Bréfritari: Þórarinn Stefánsson
Dagsetning: A-1932-03-31
Skrifað á: Vesturheimi

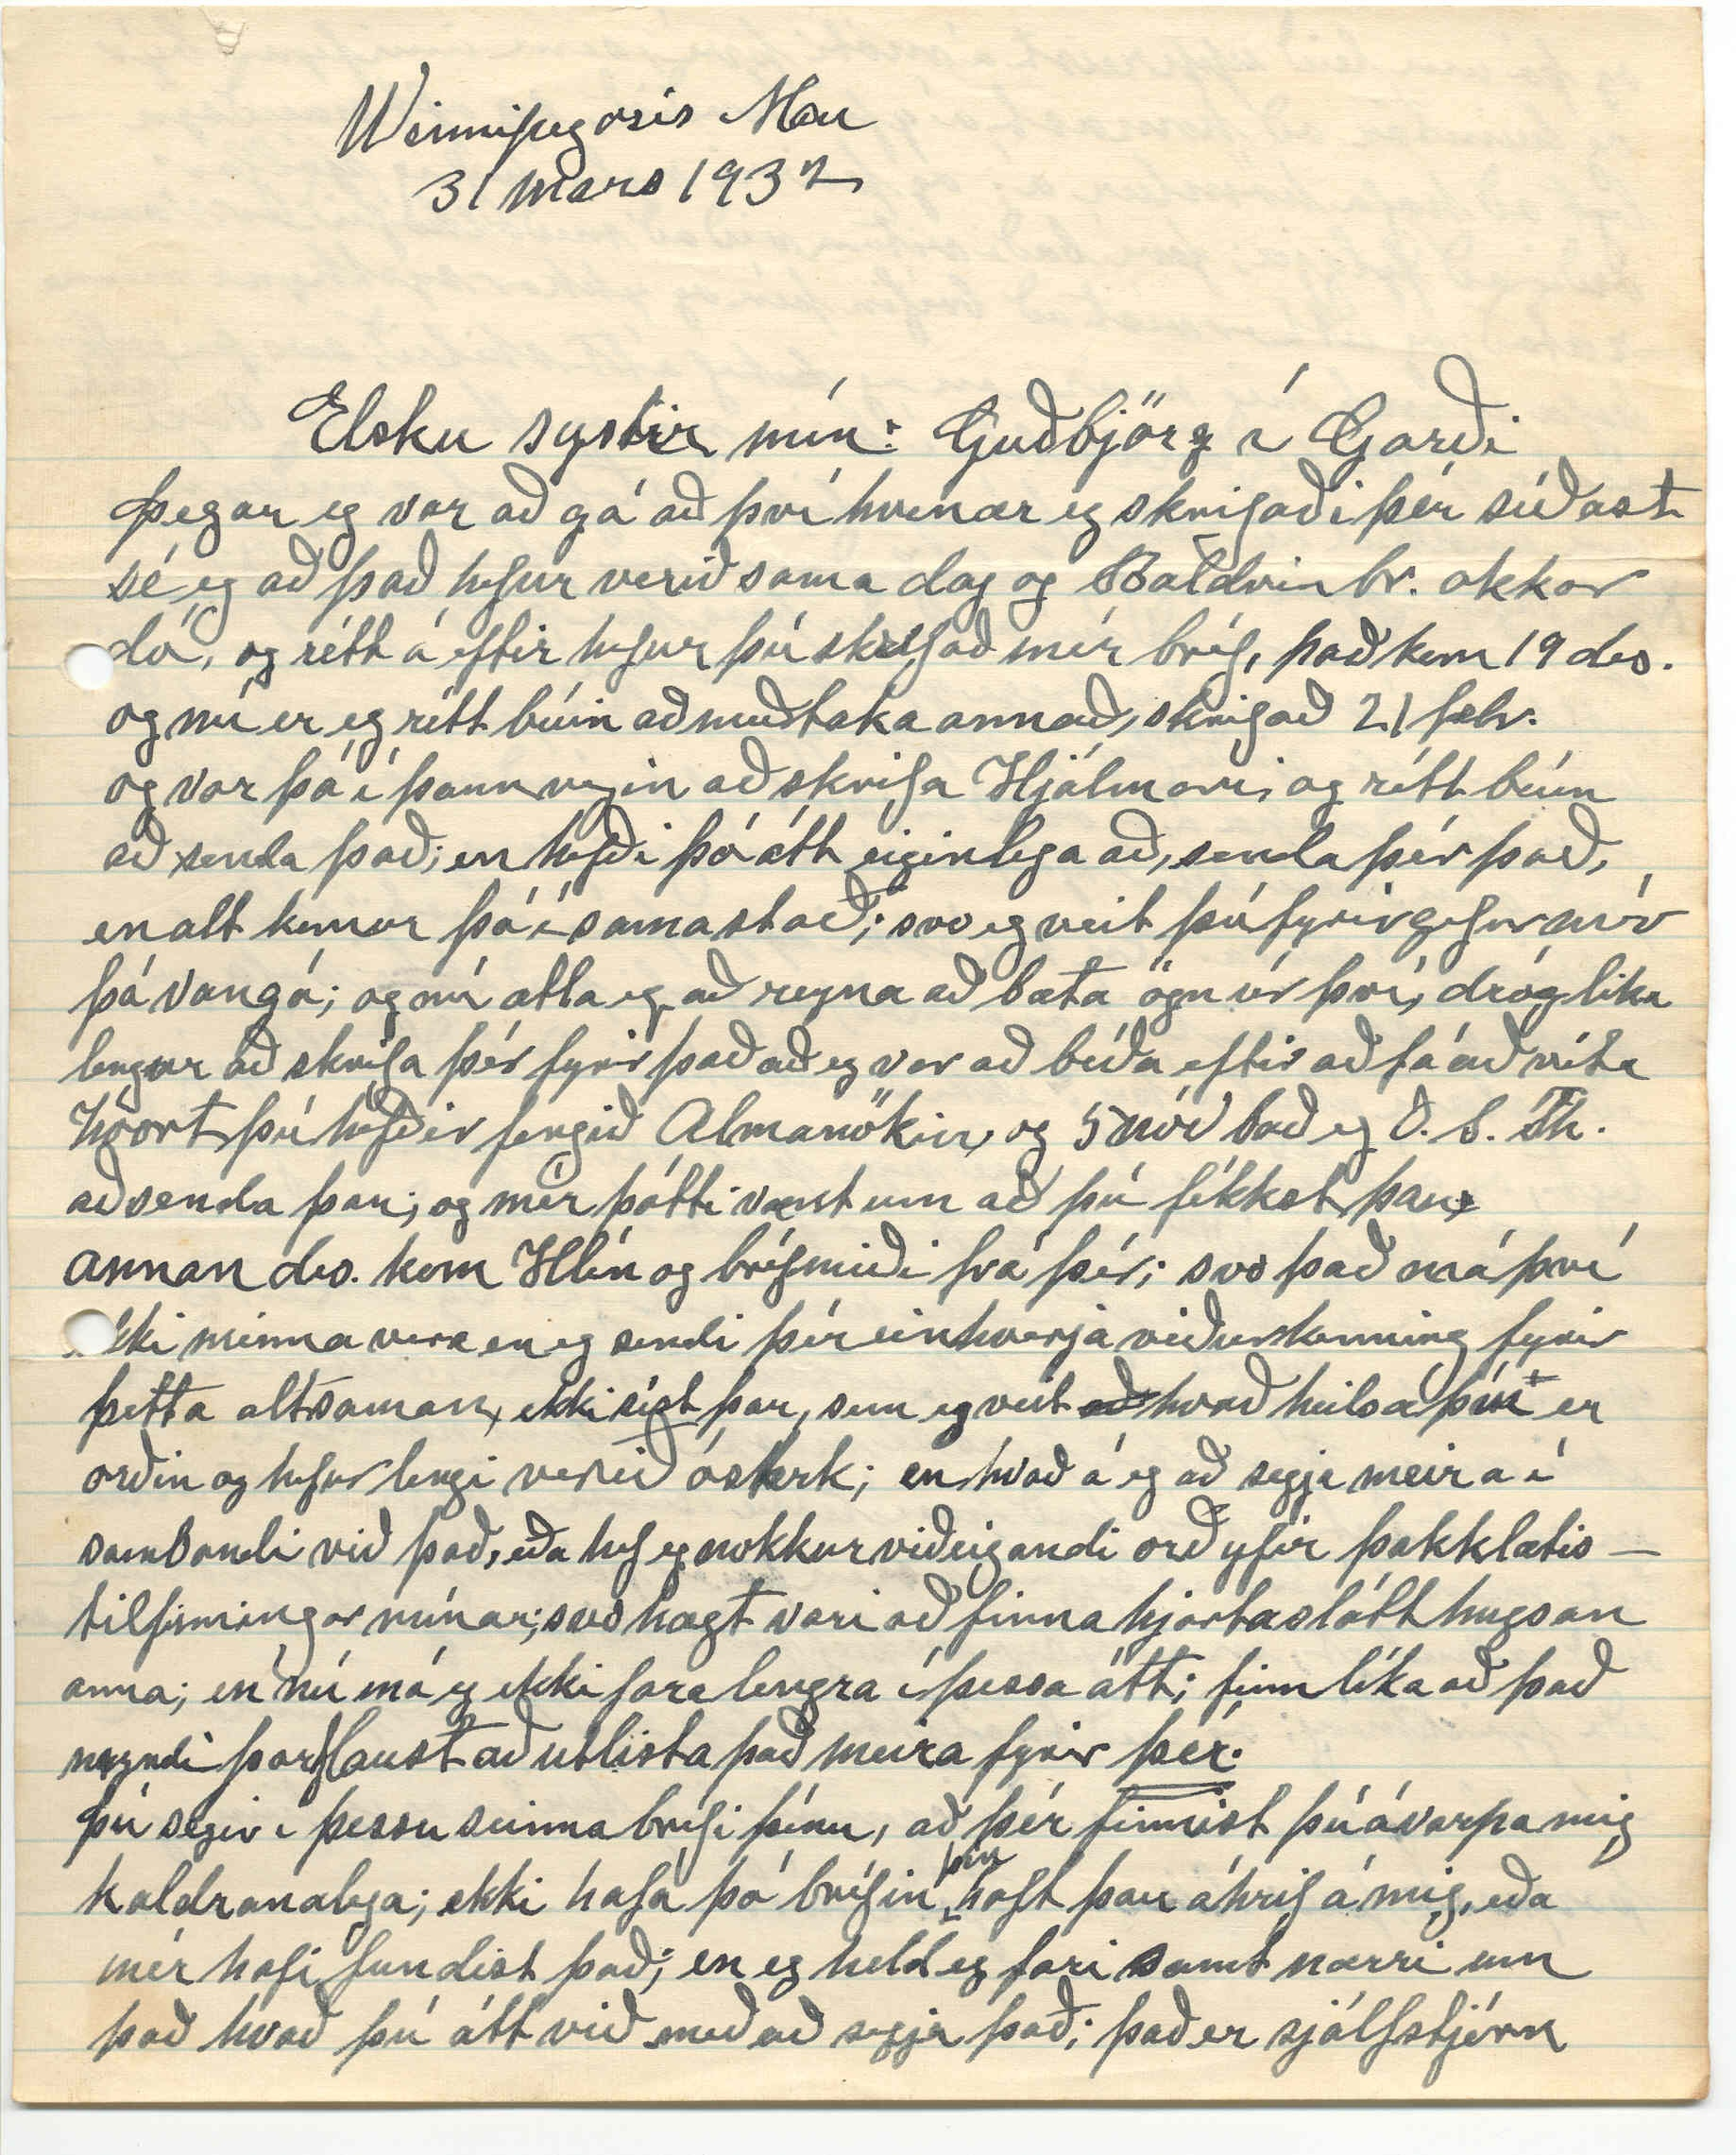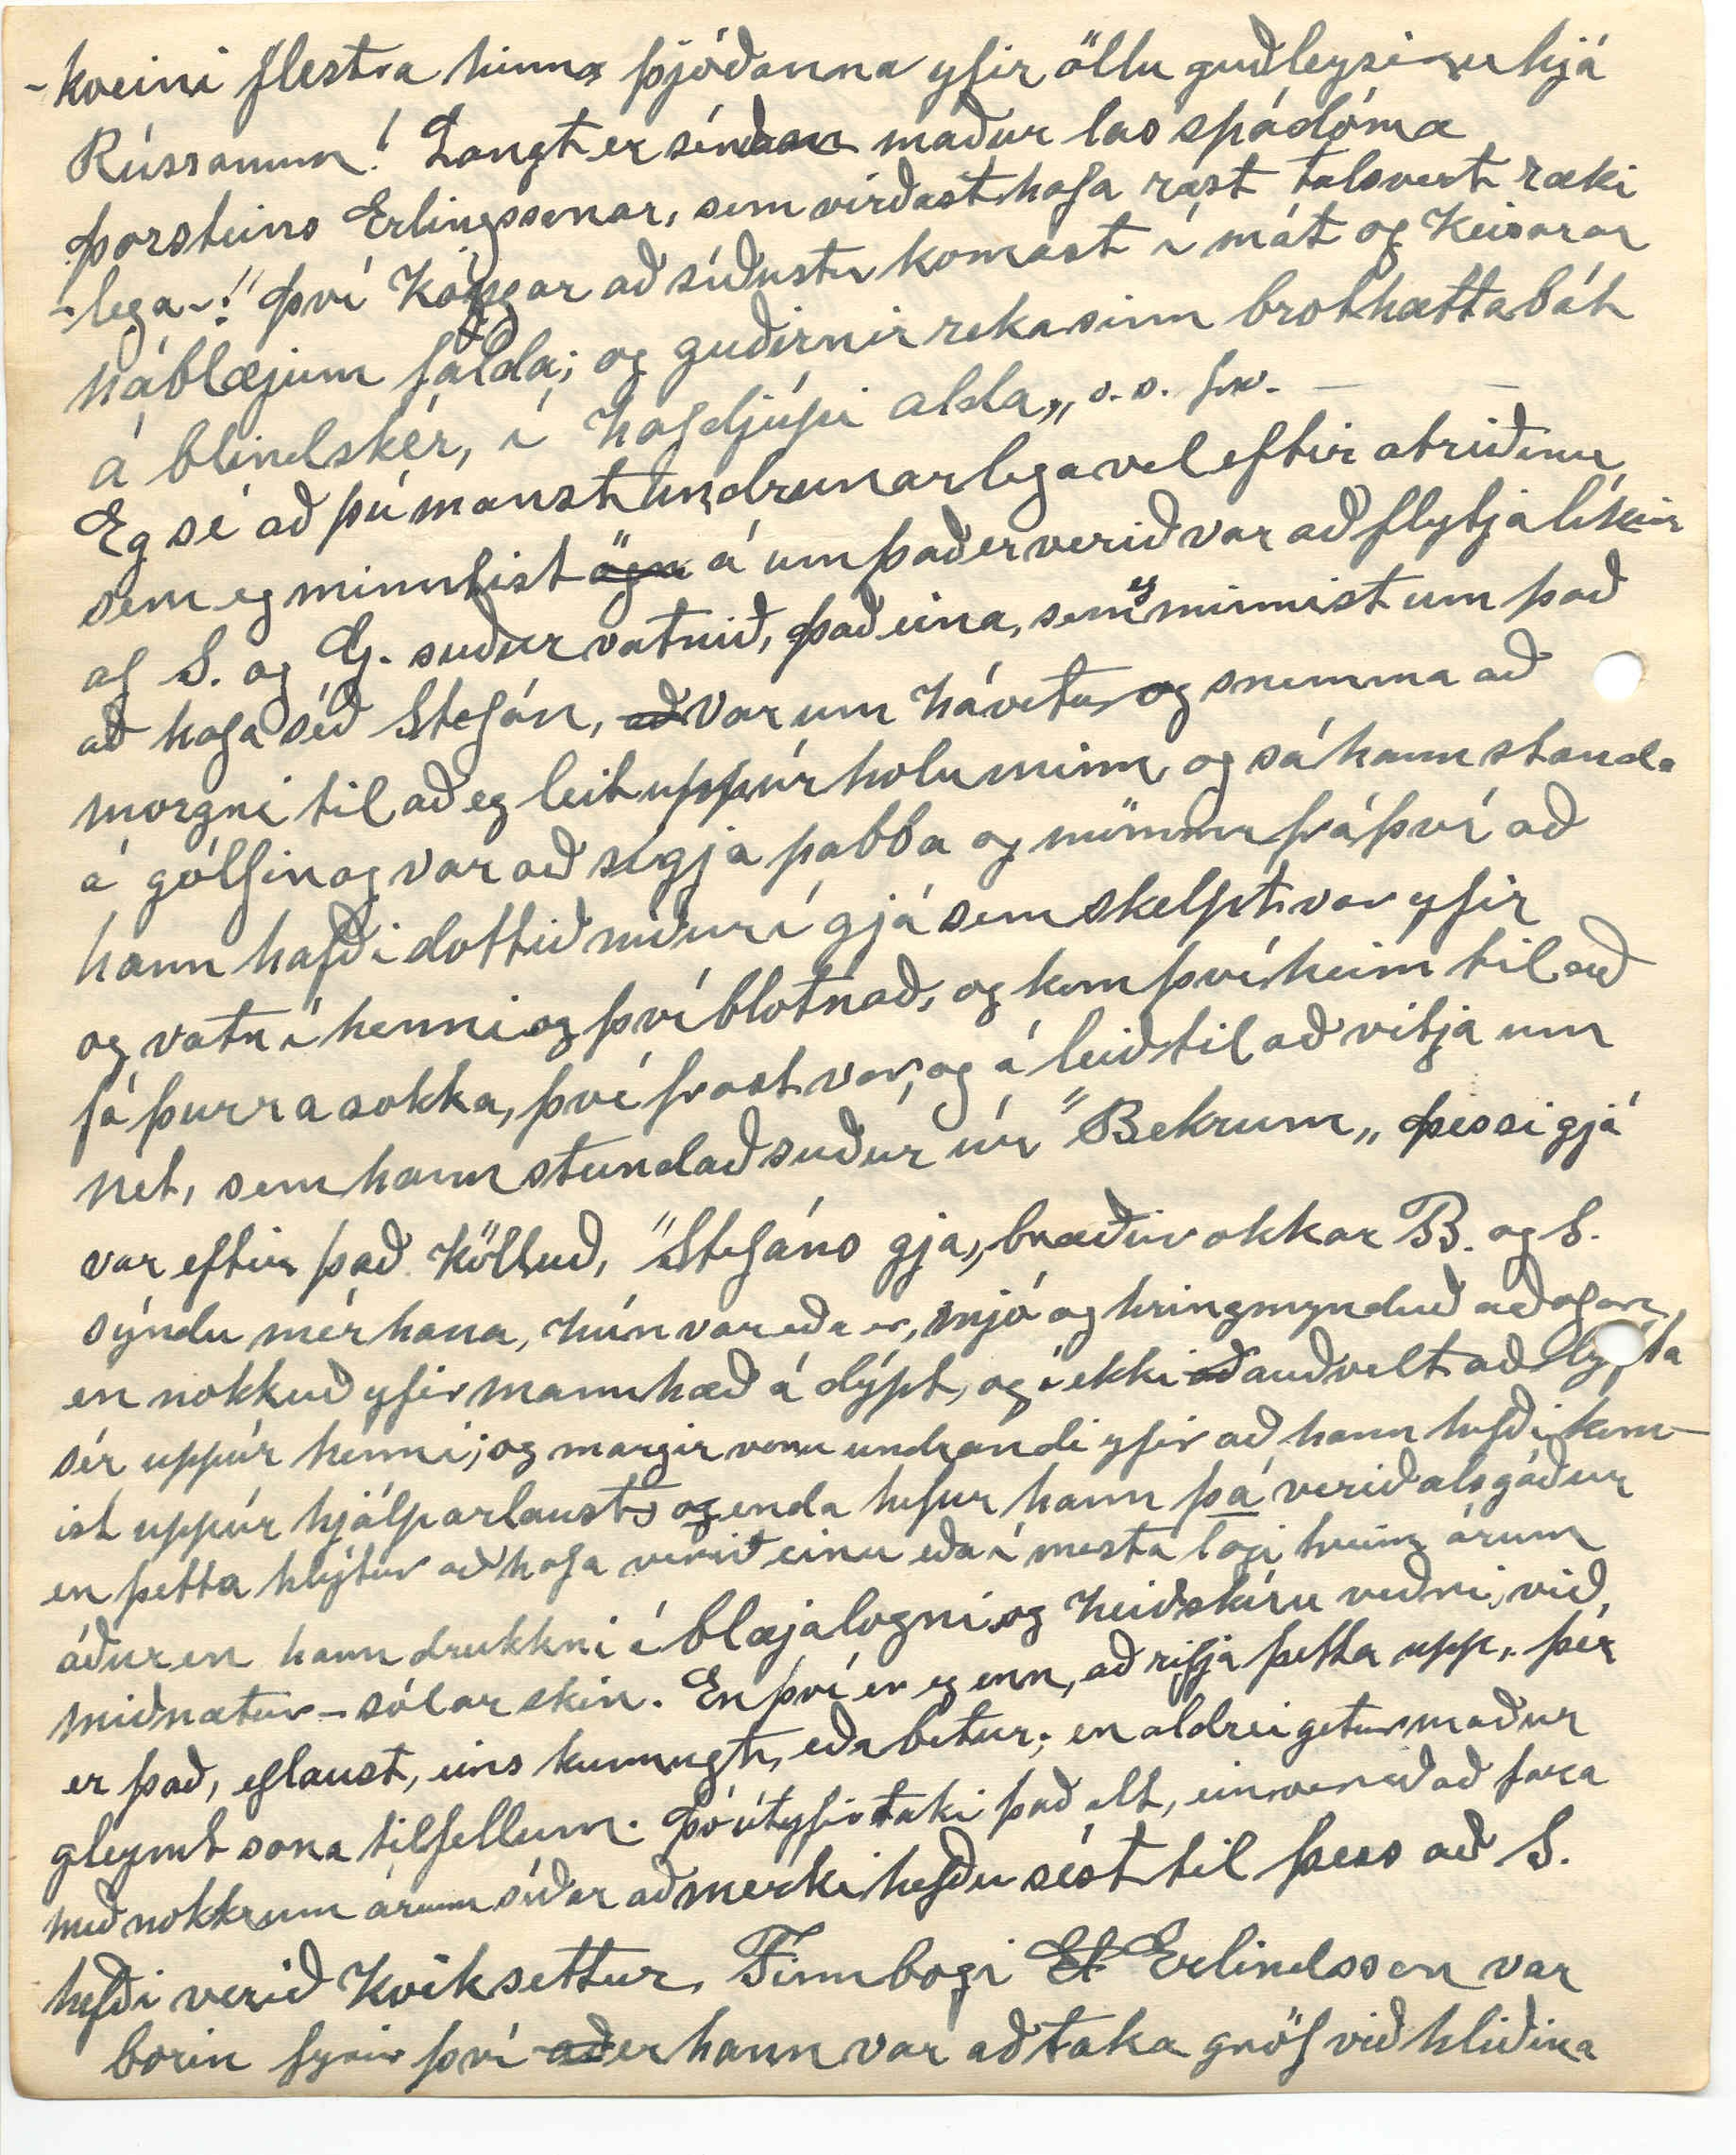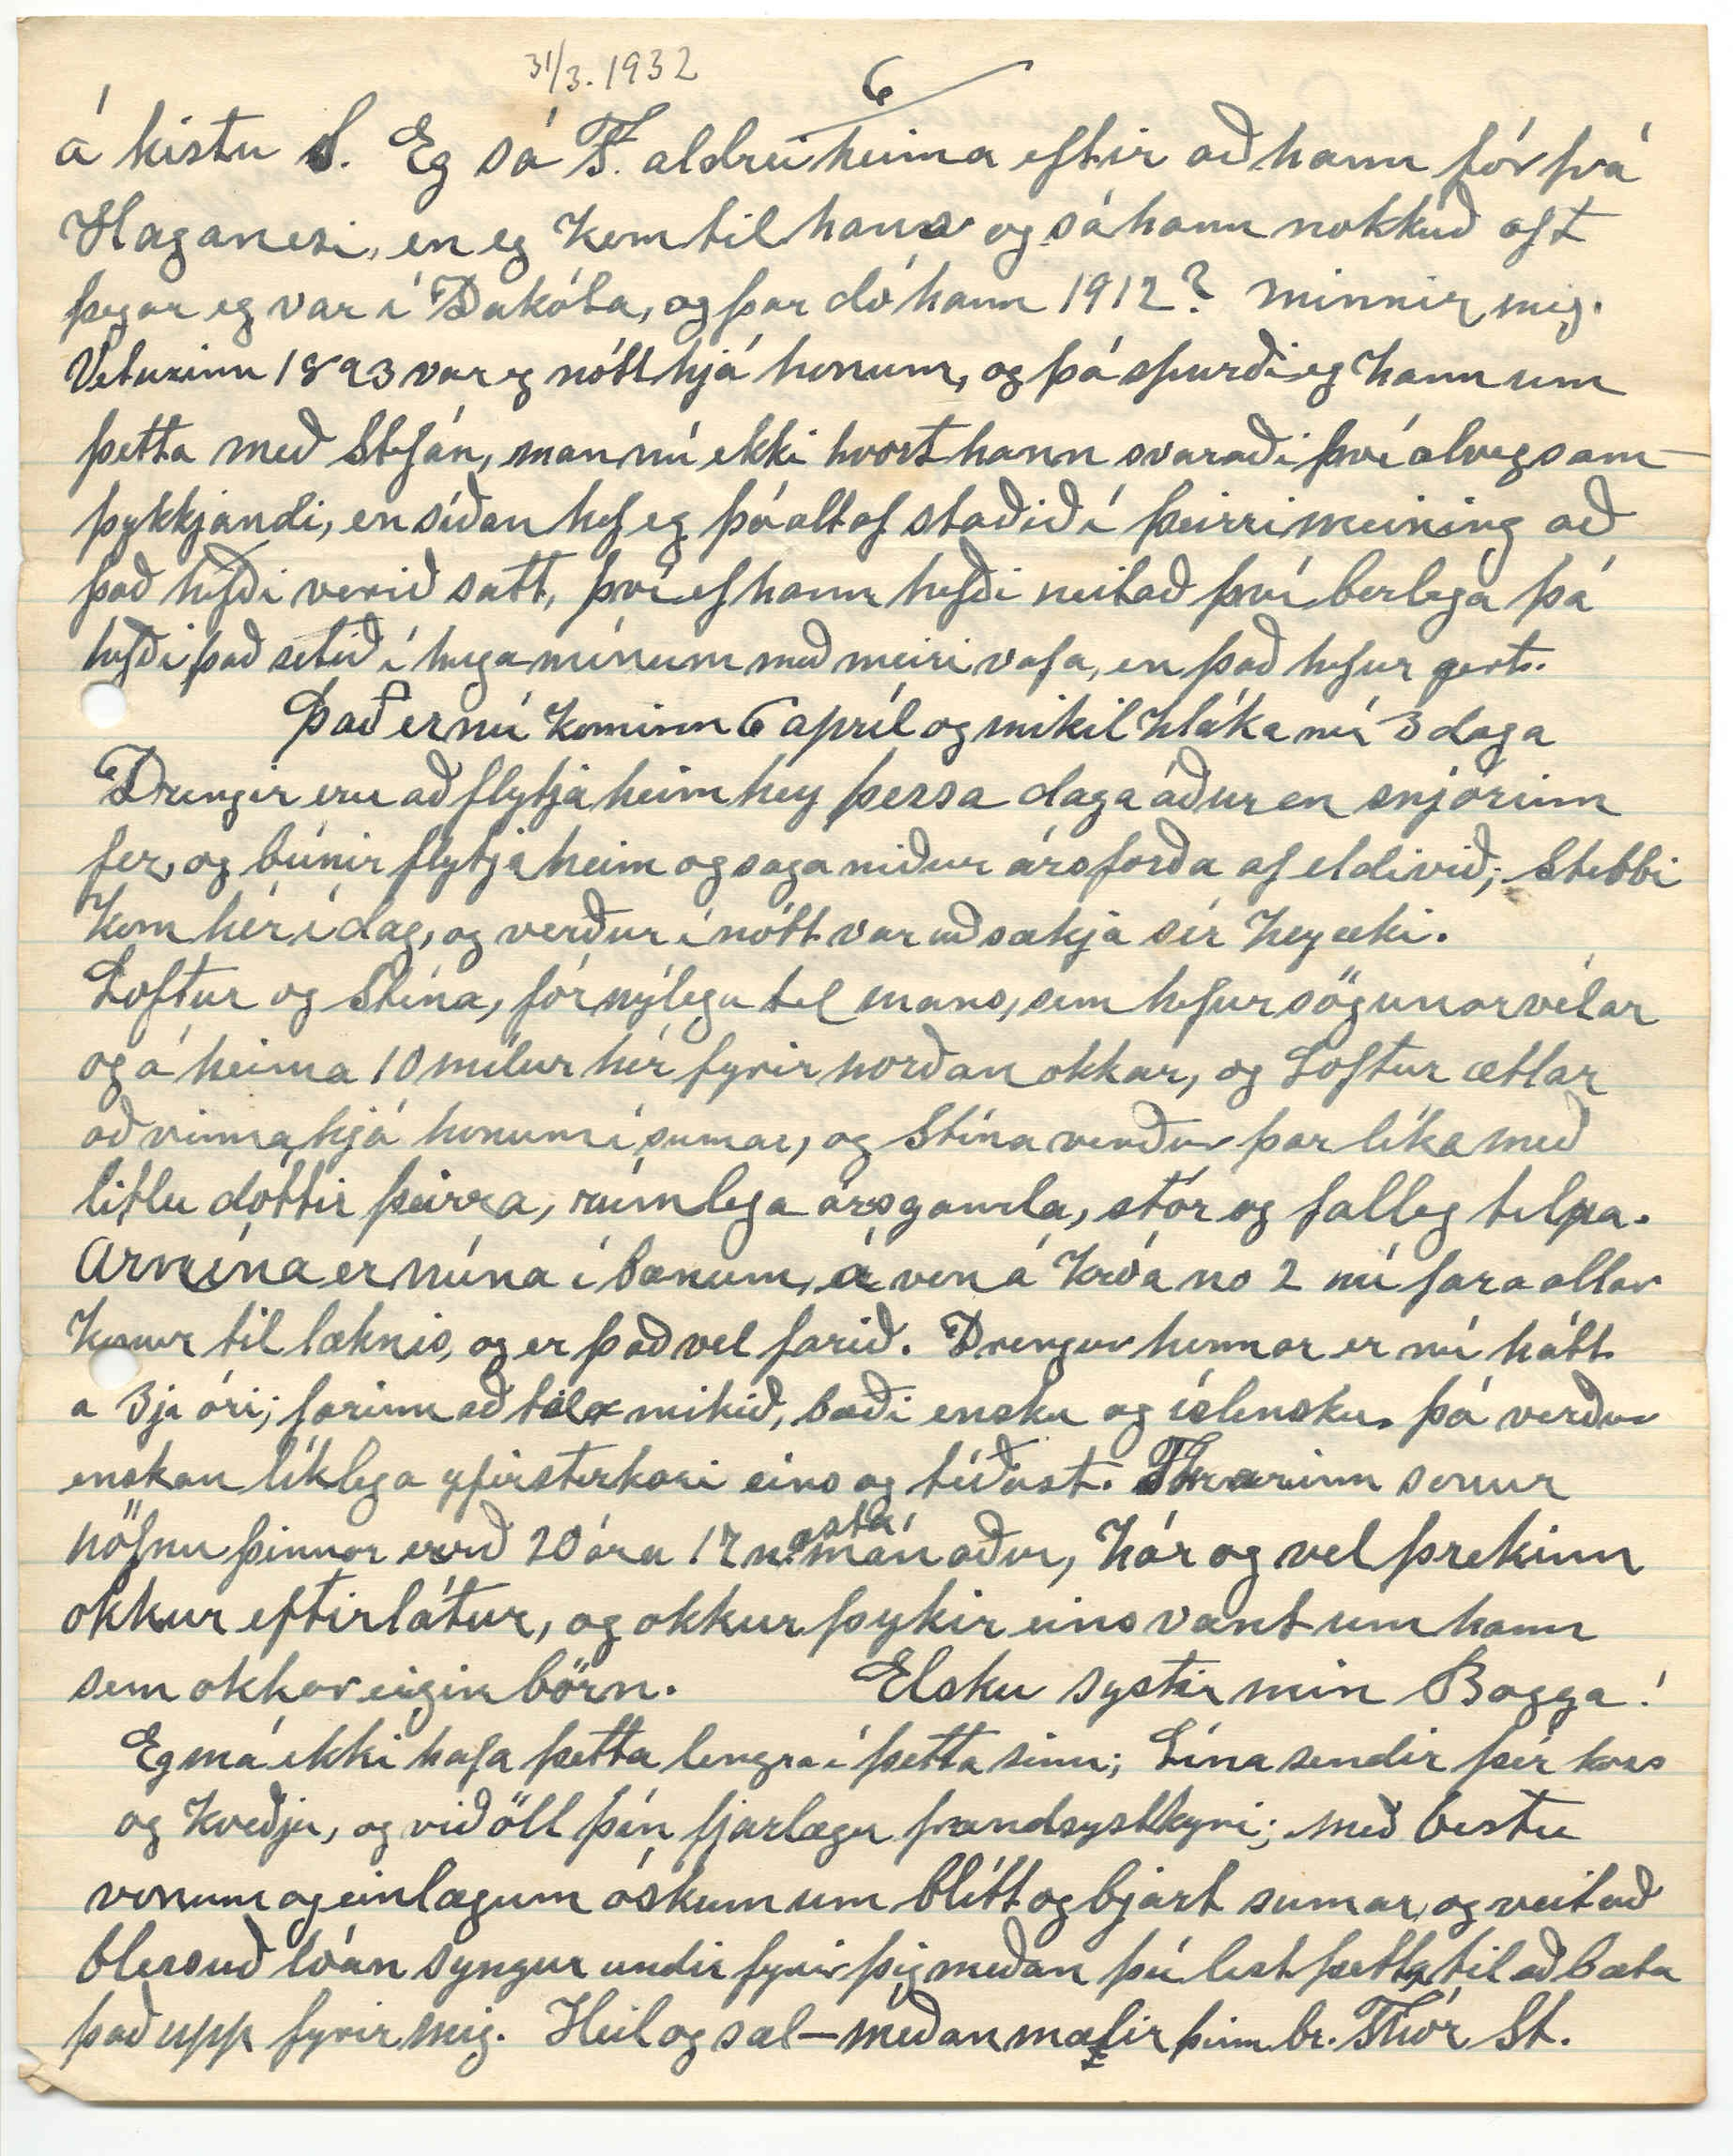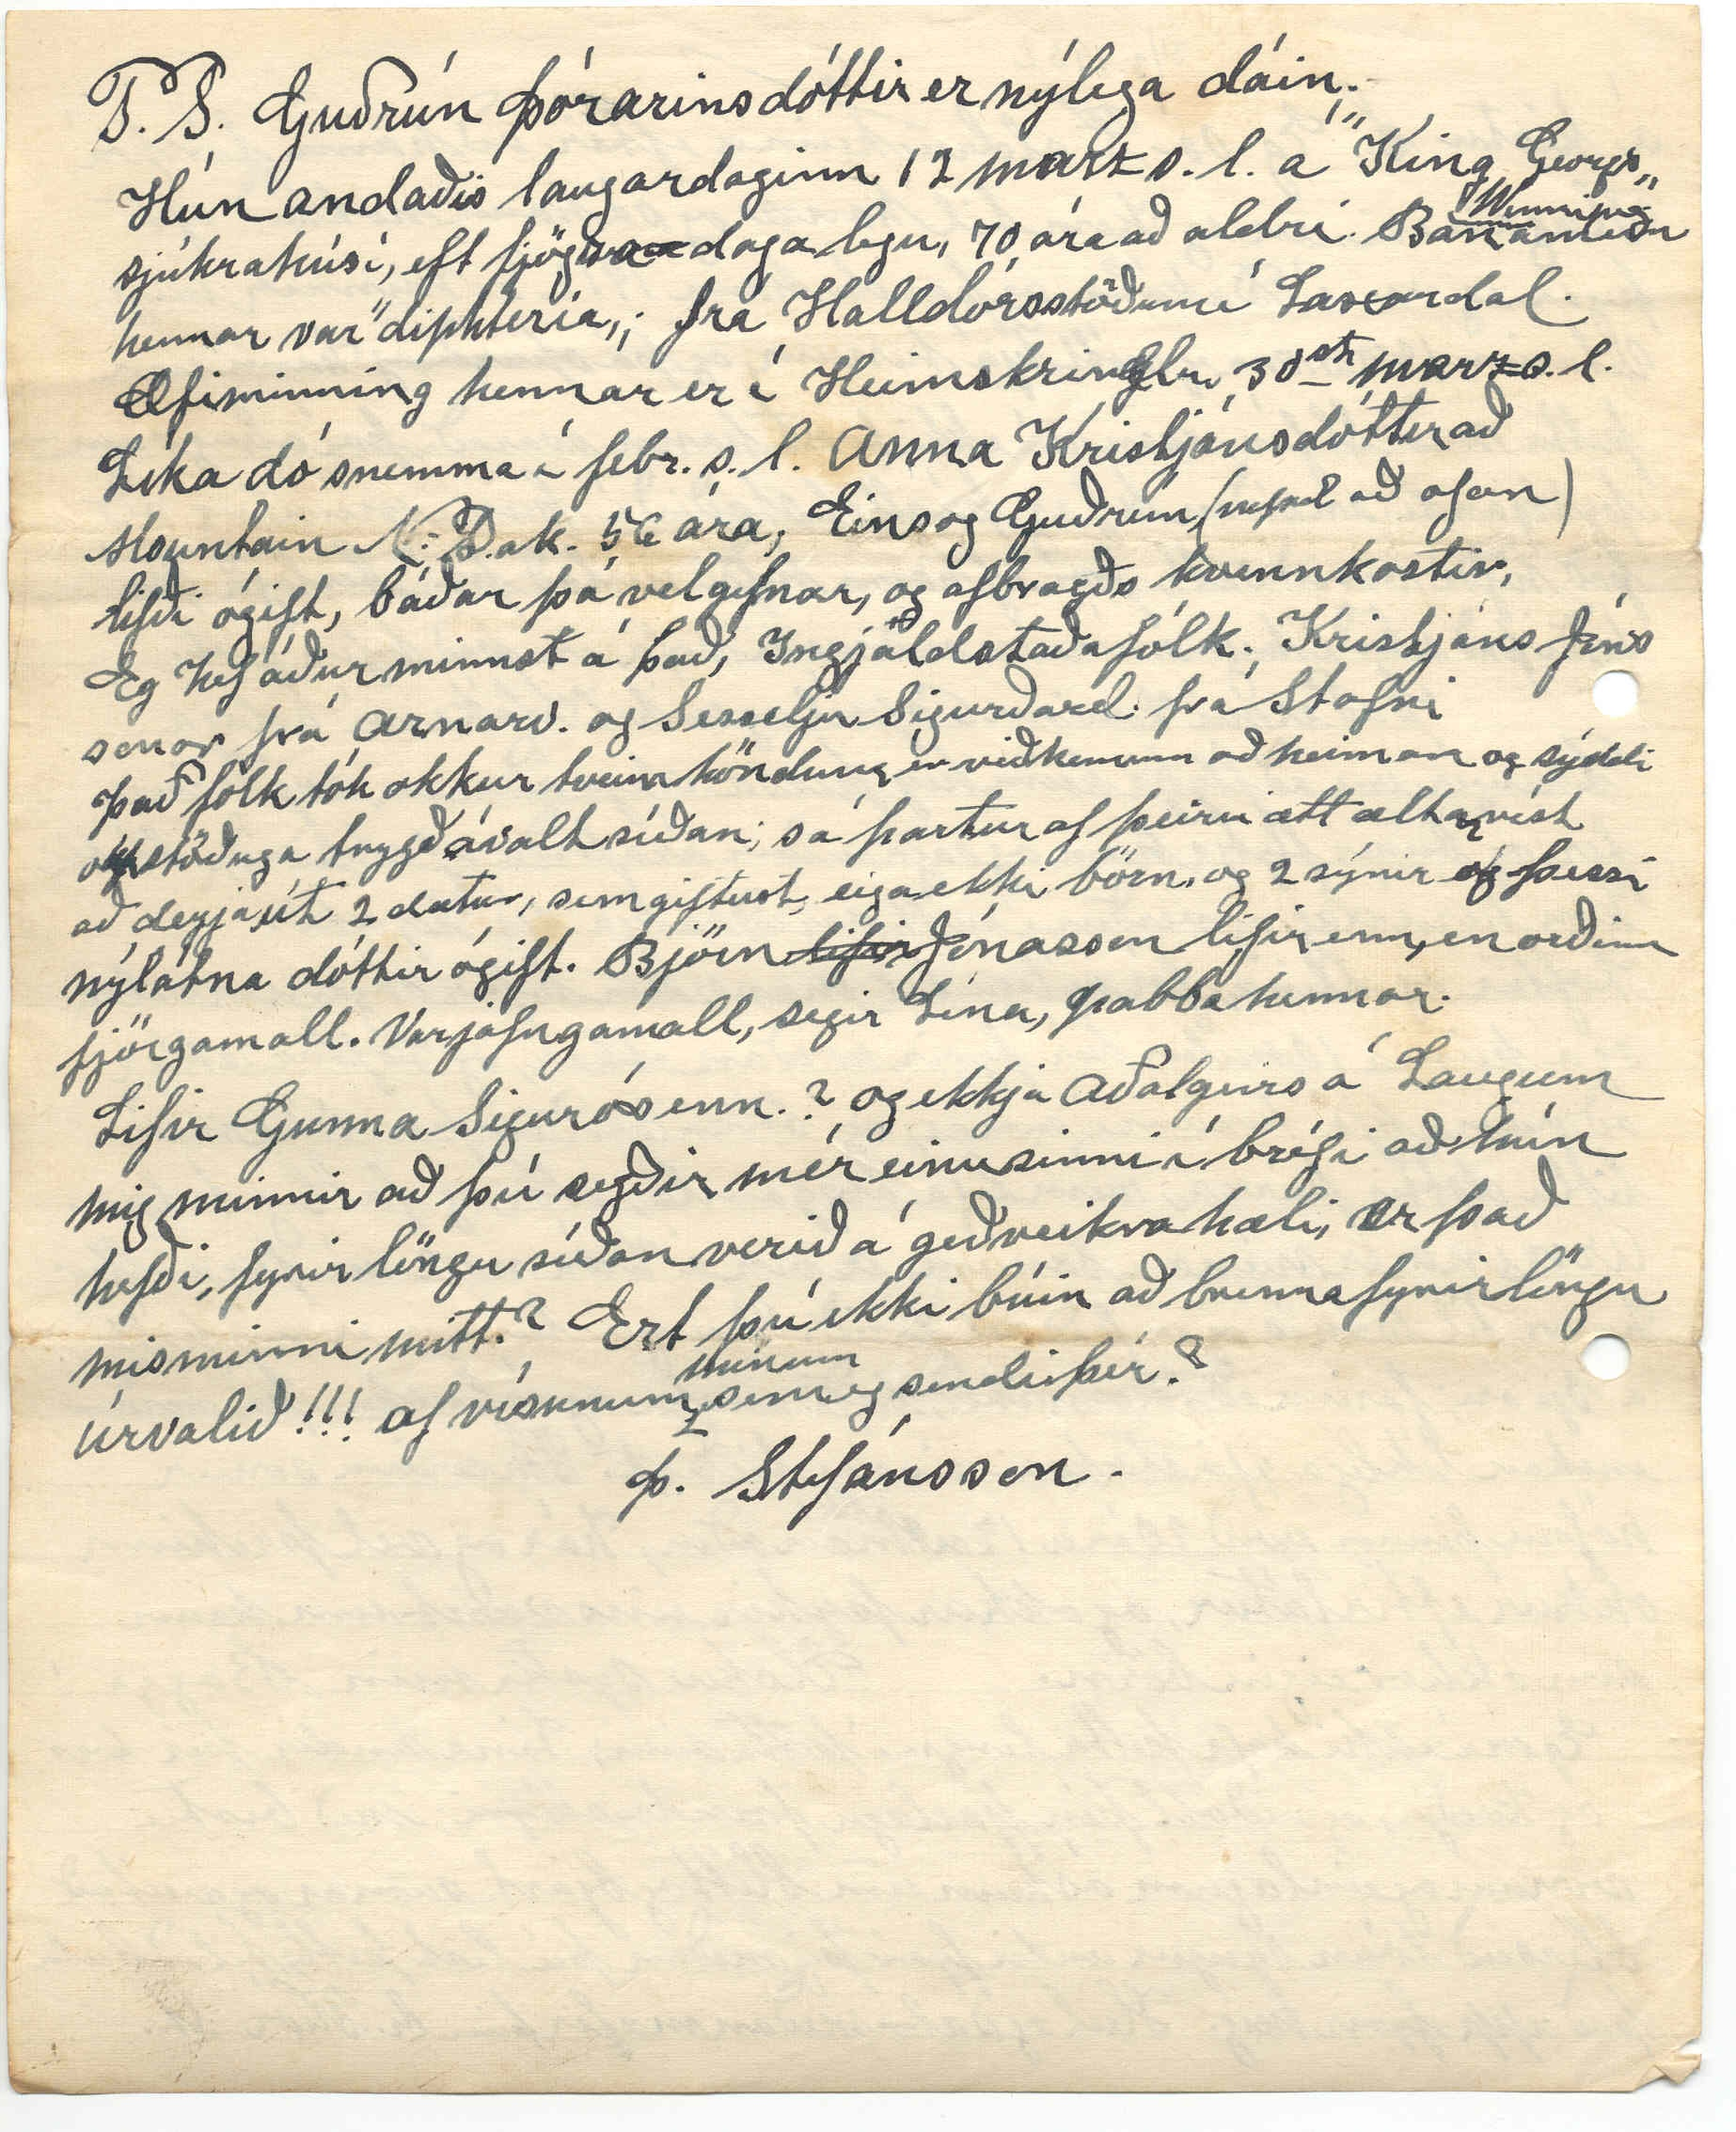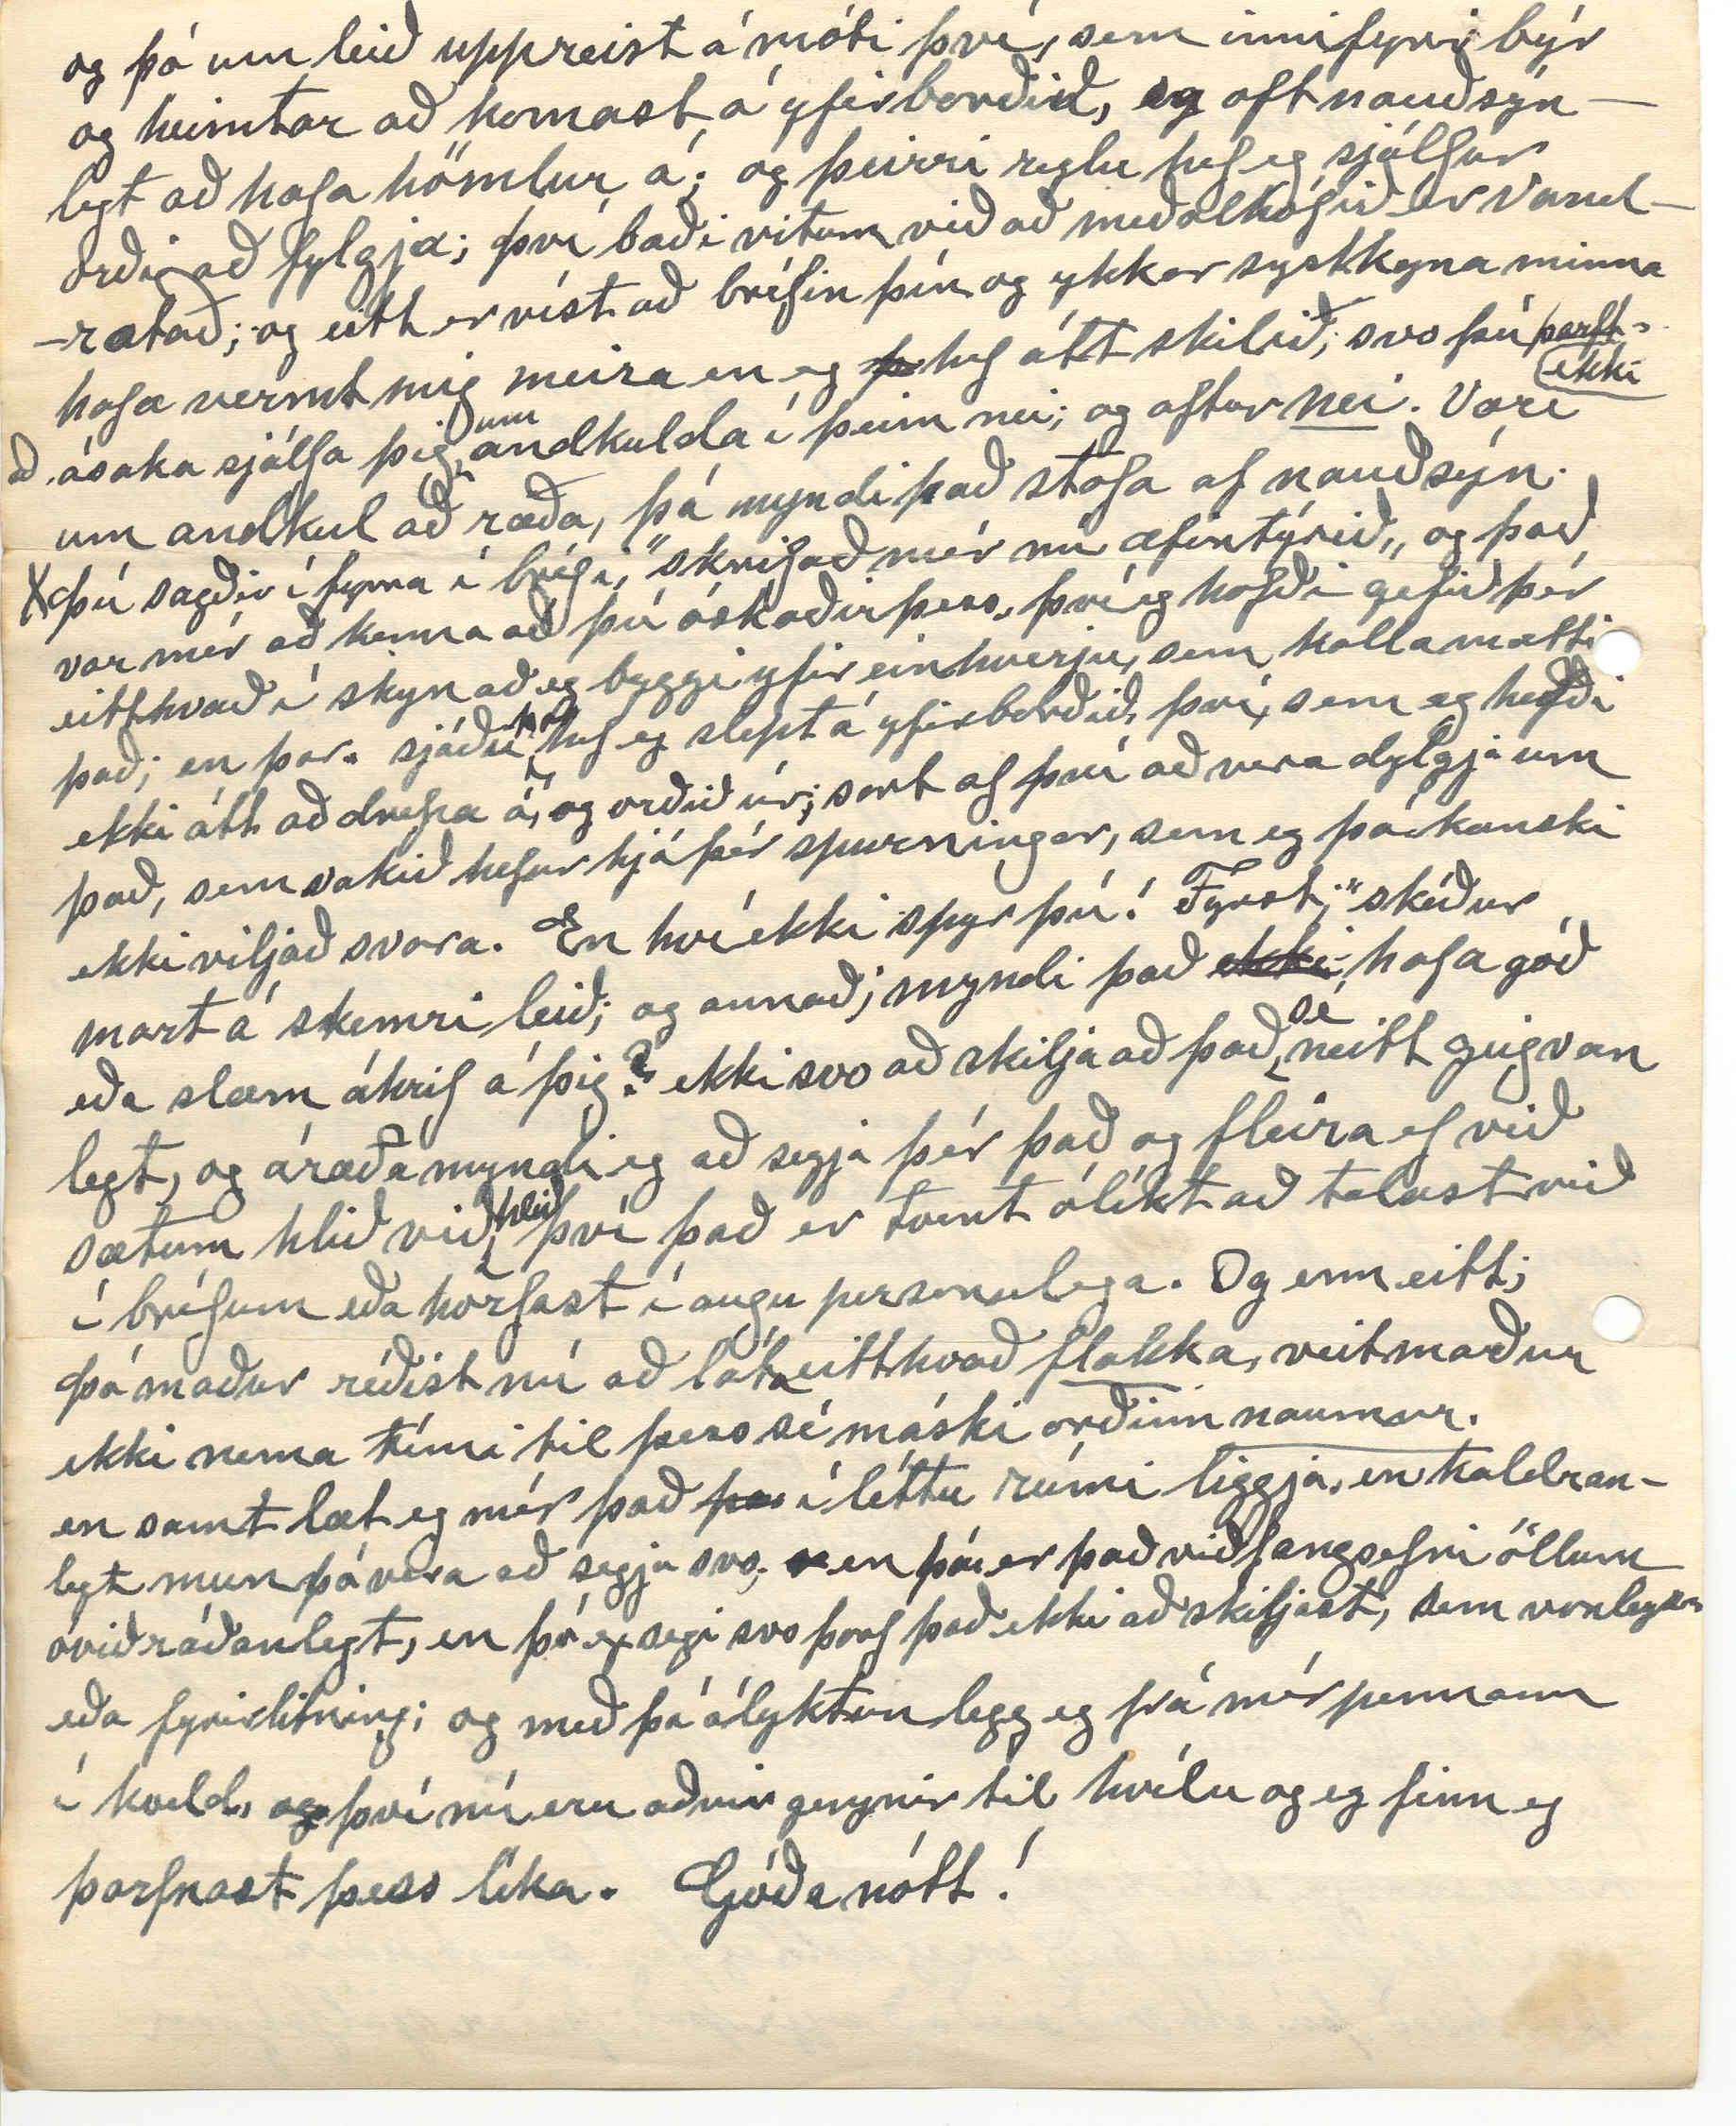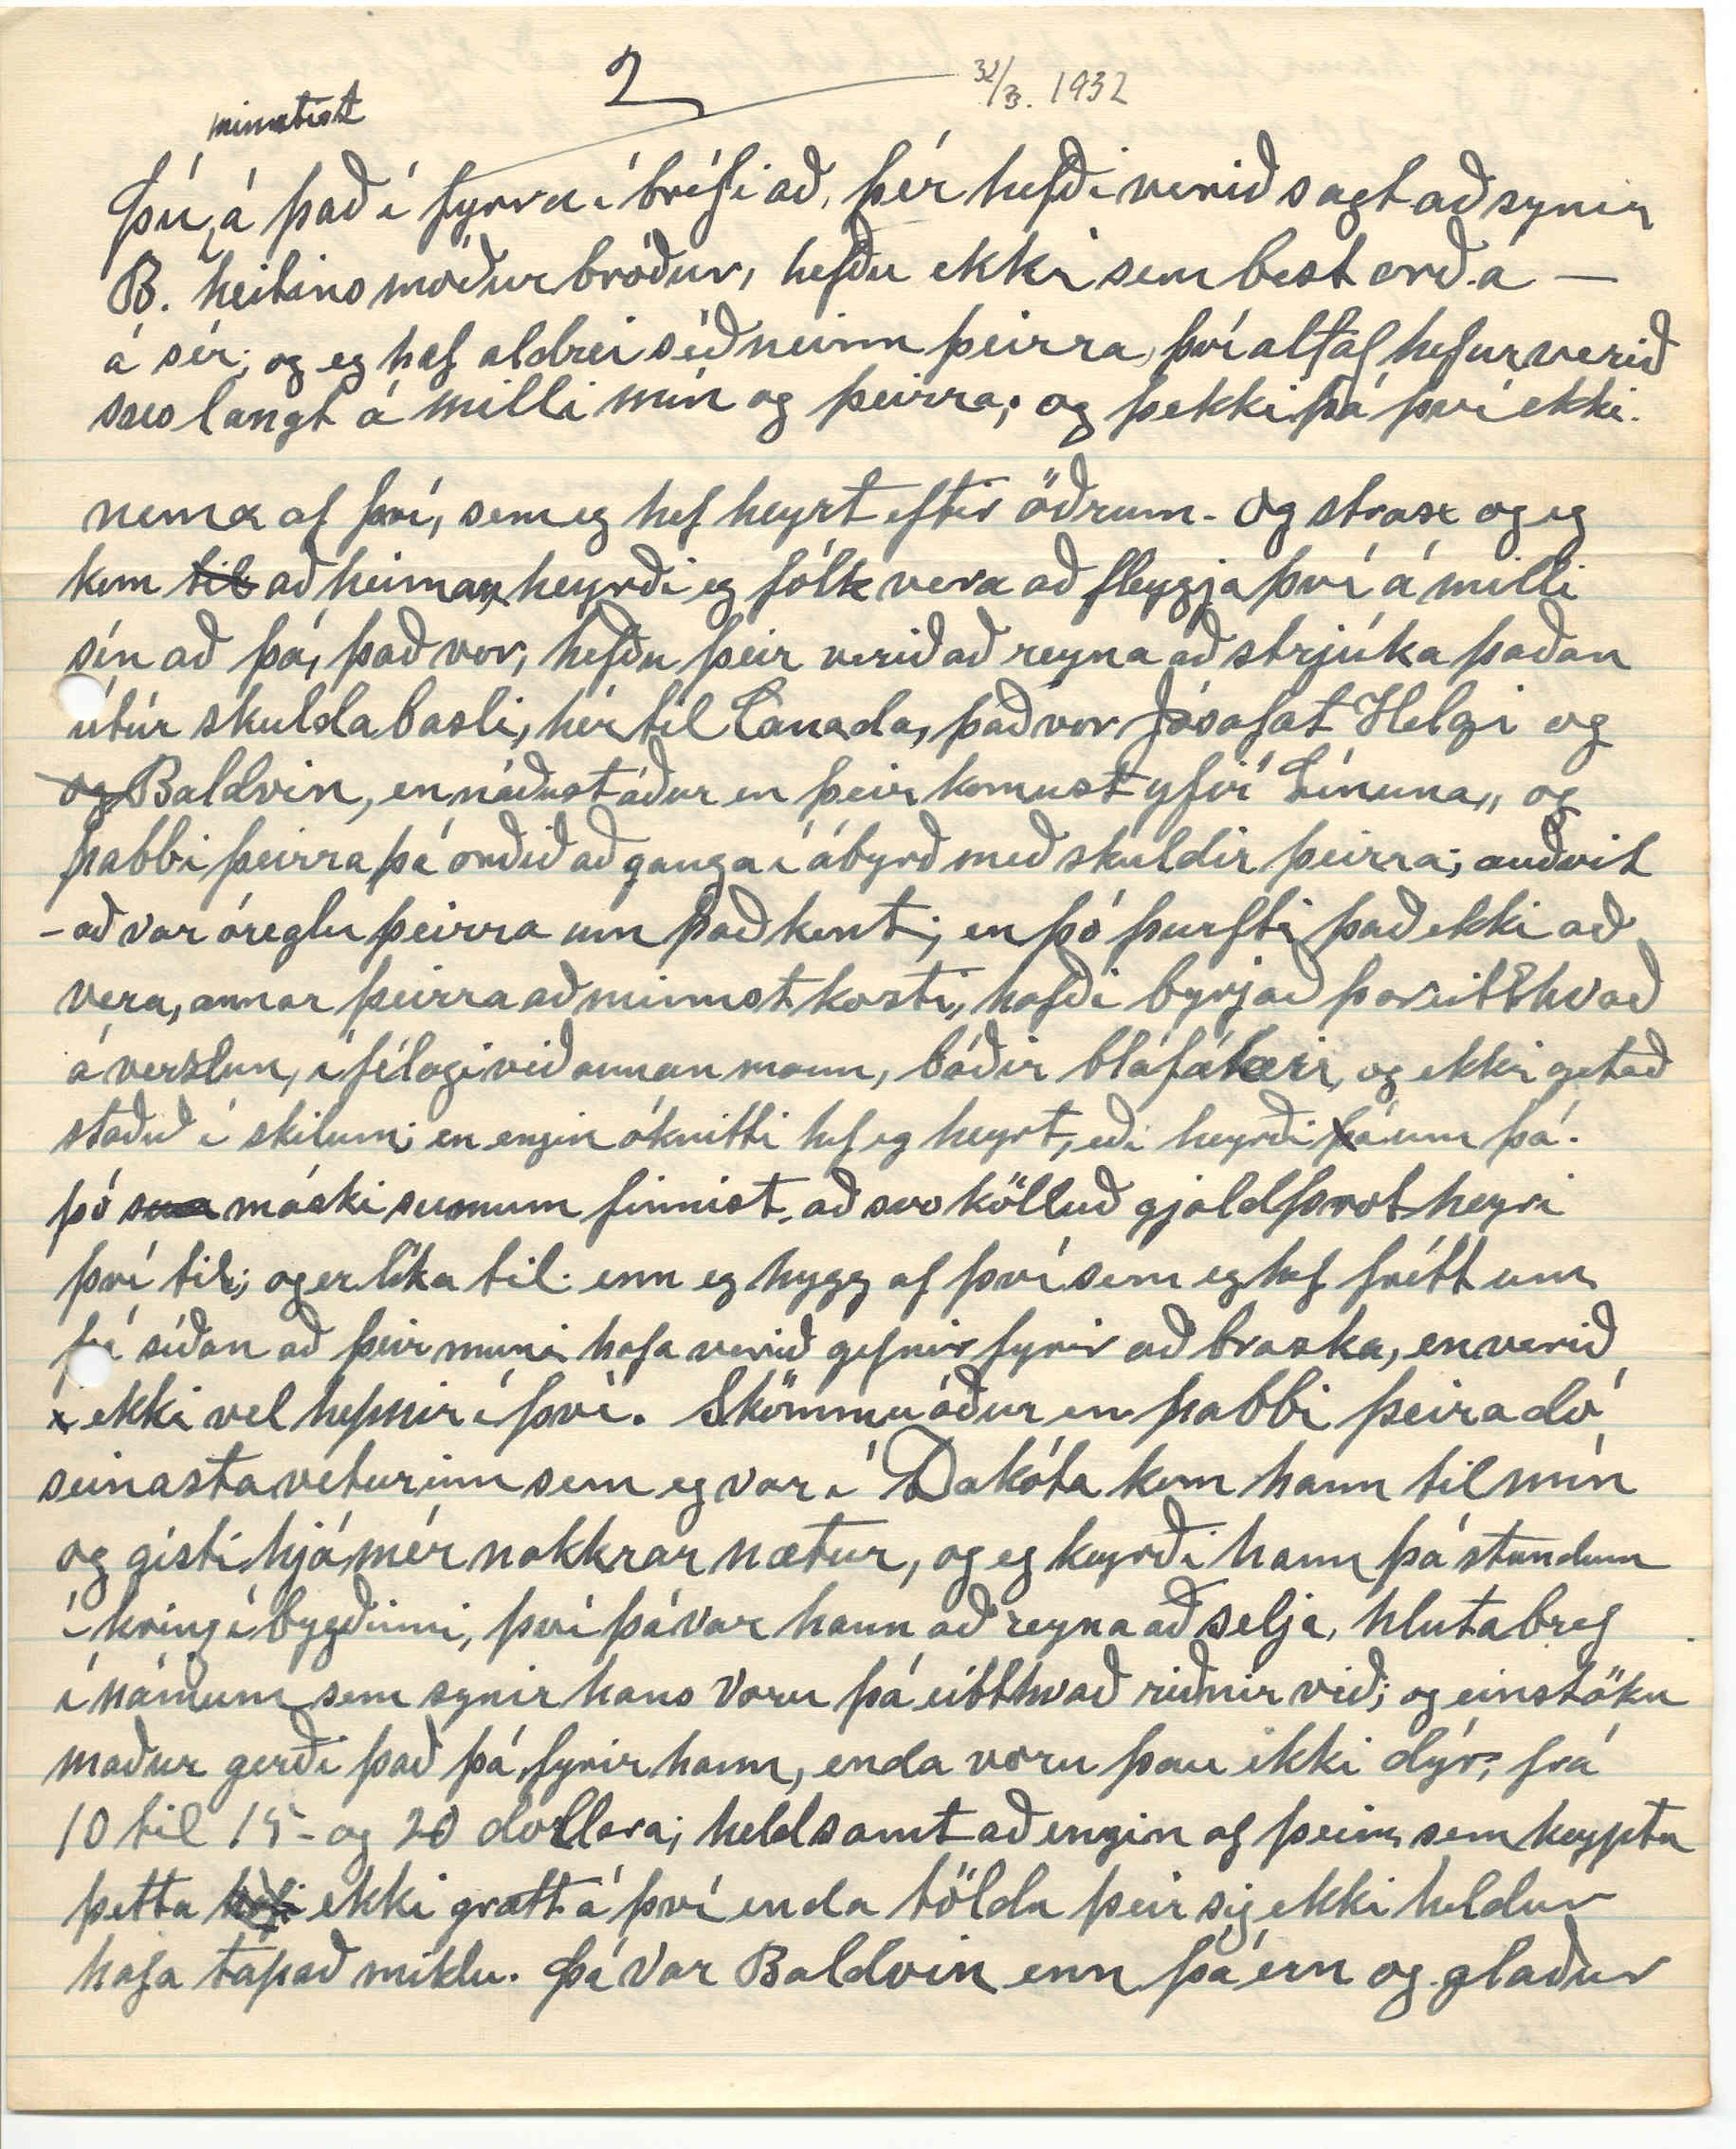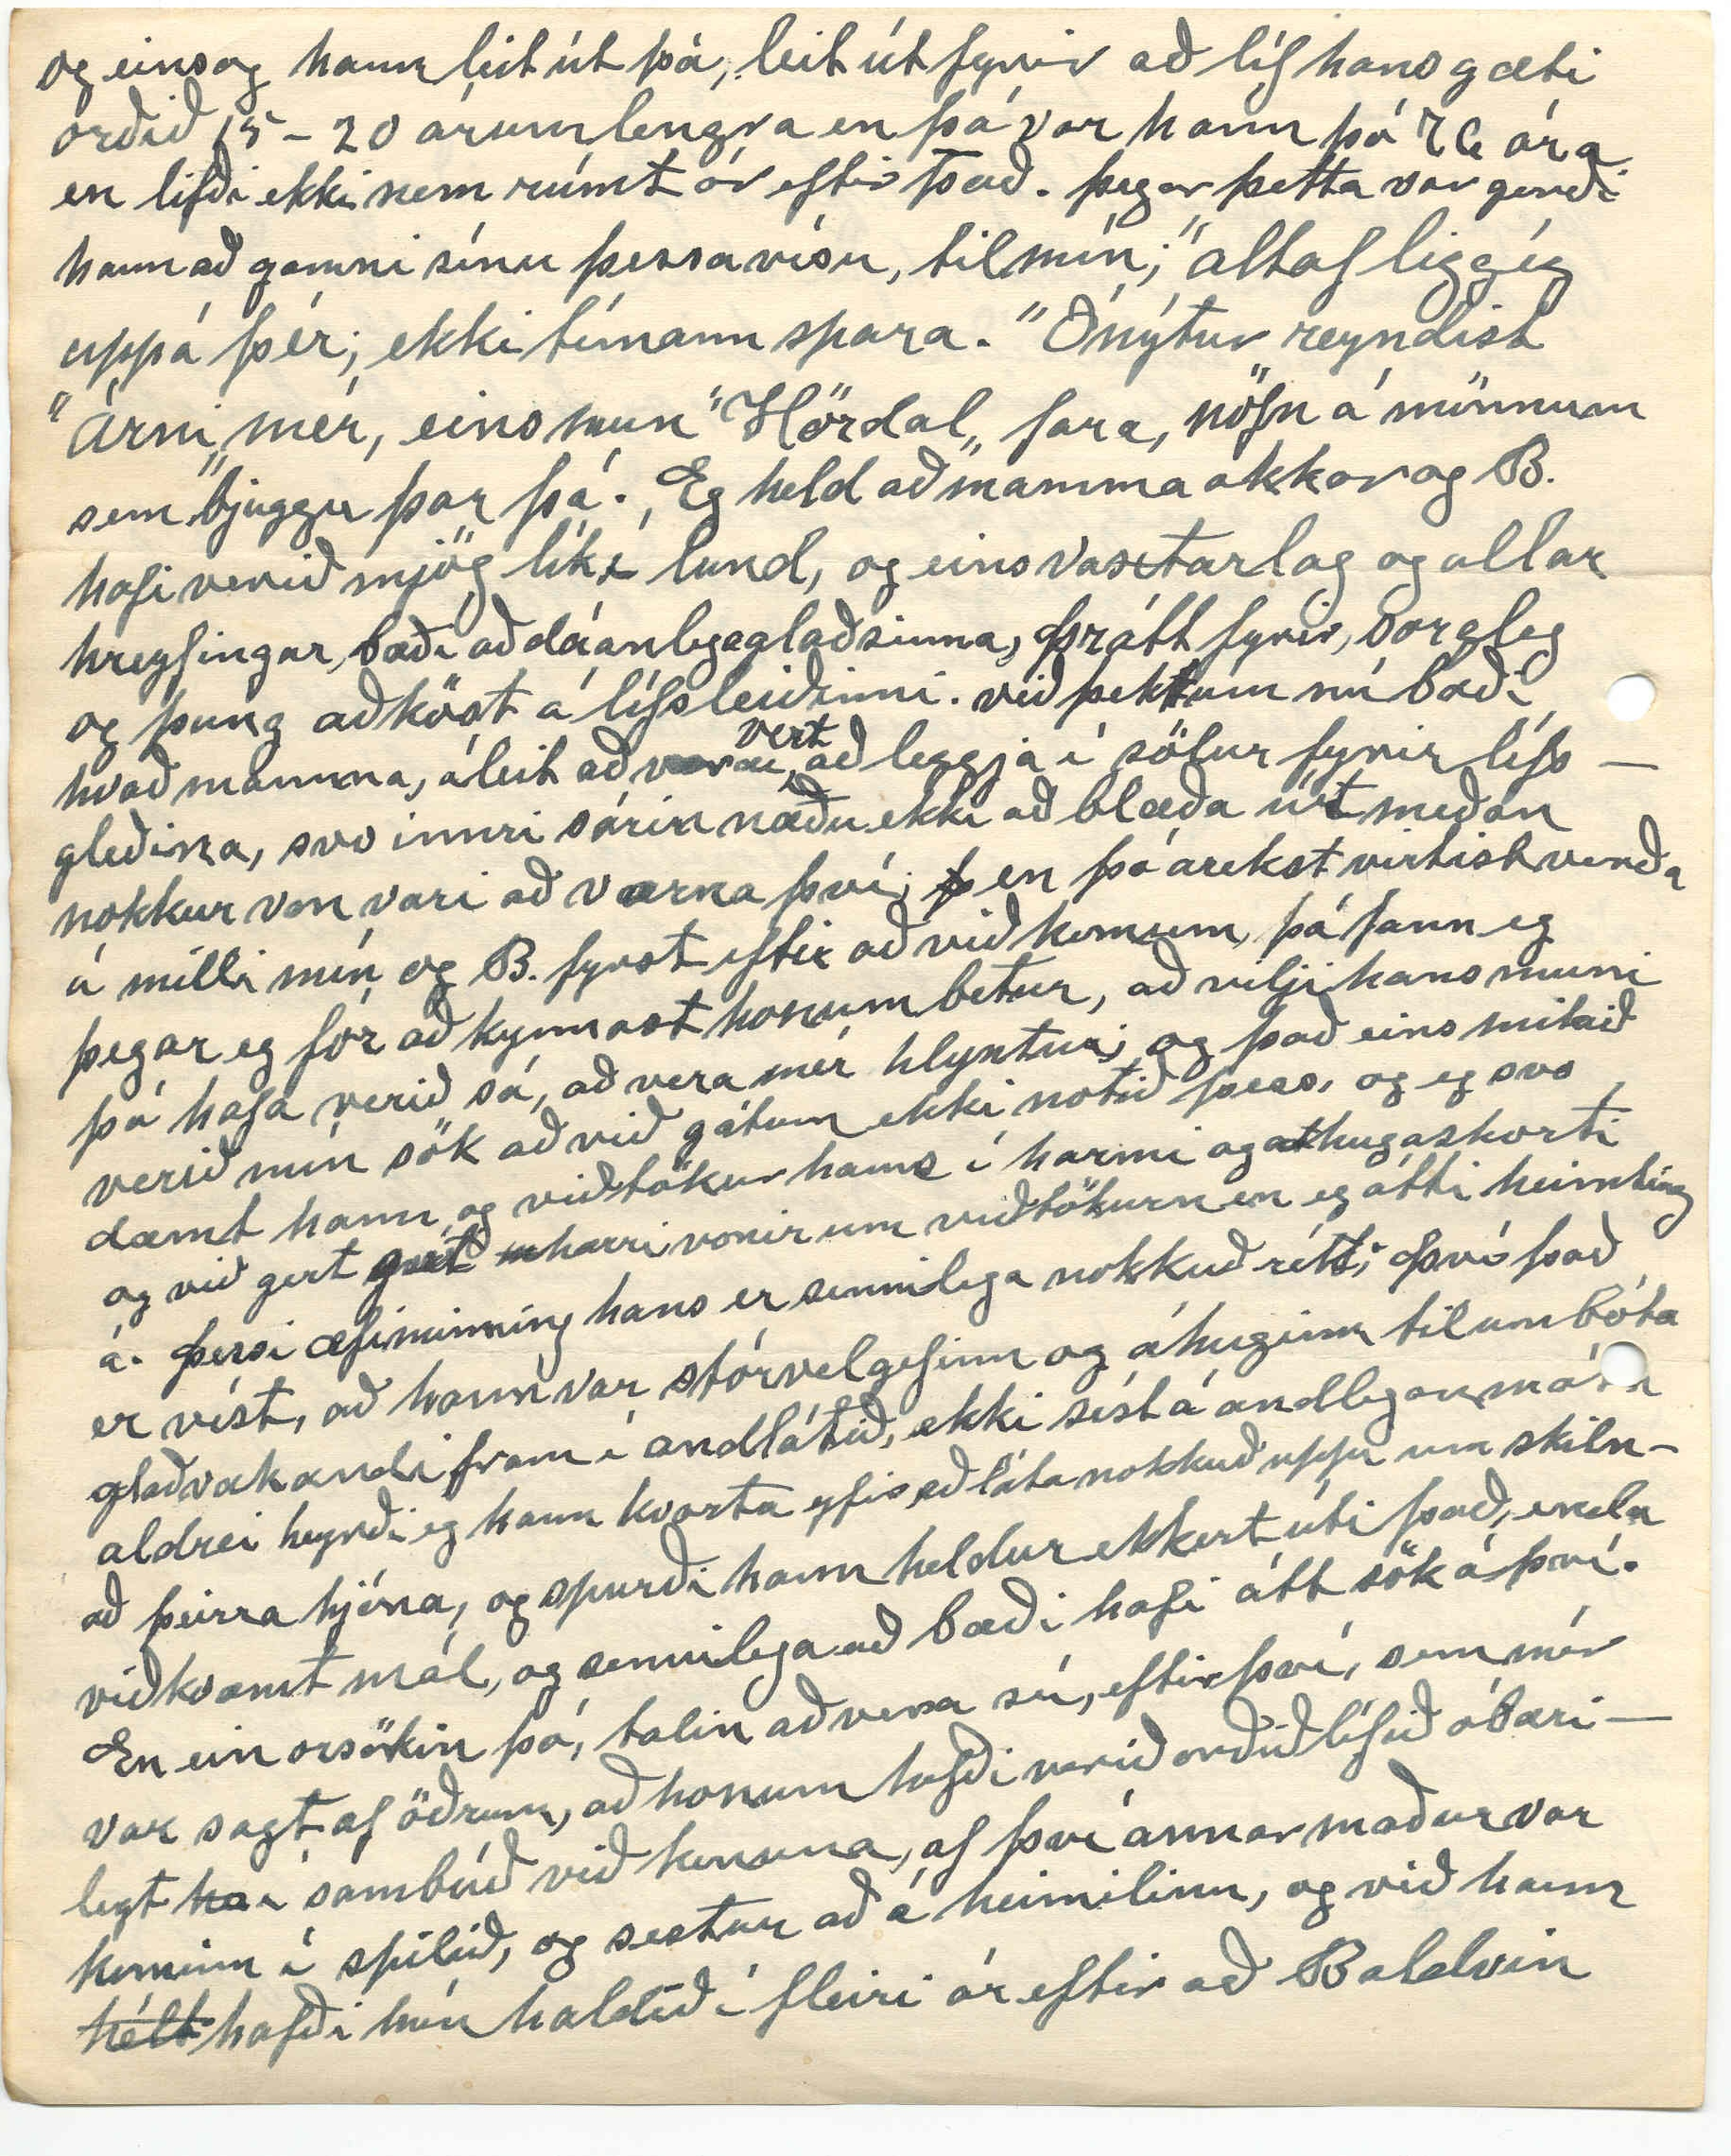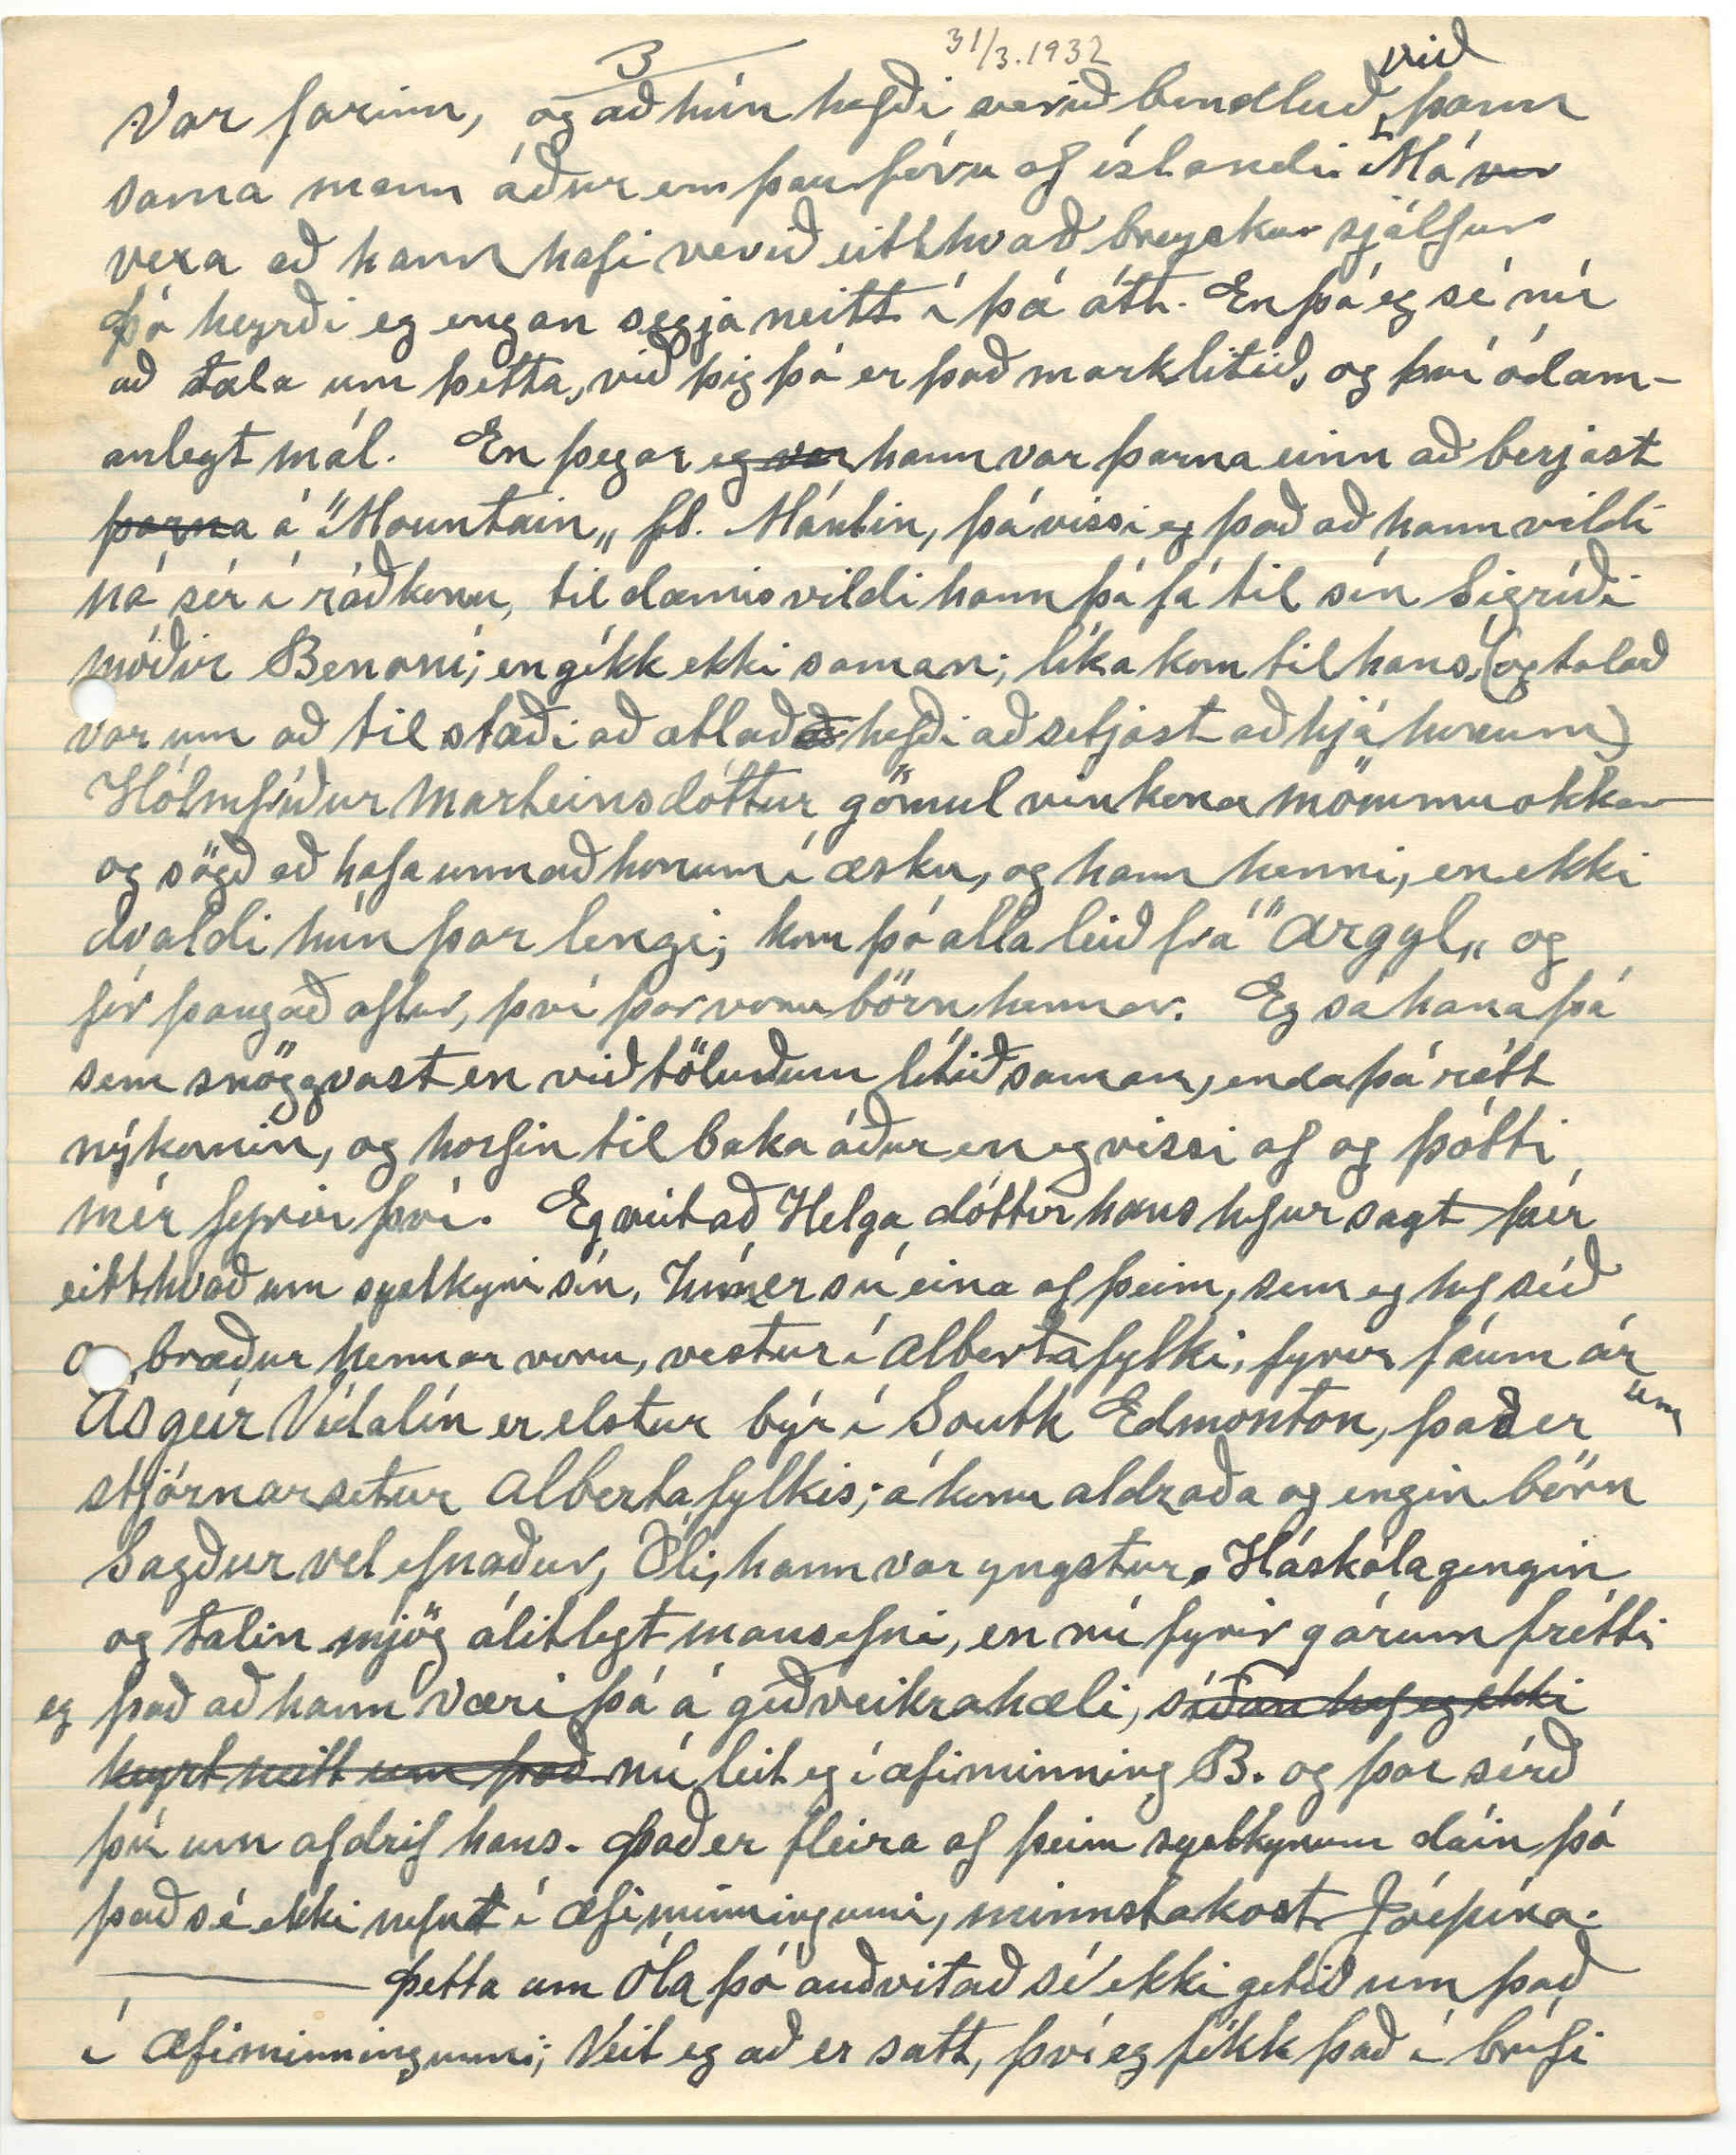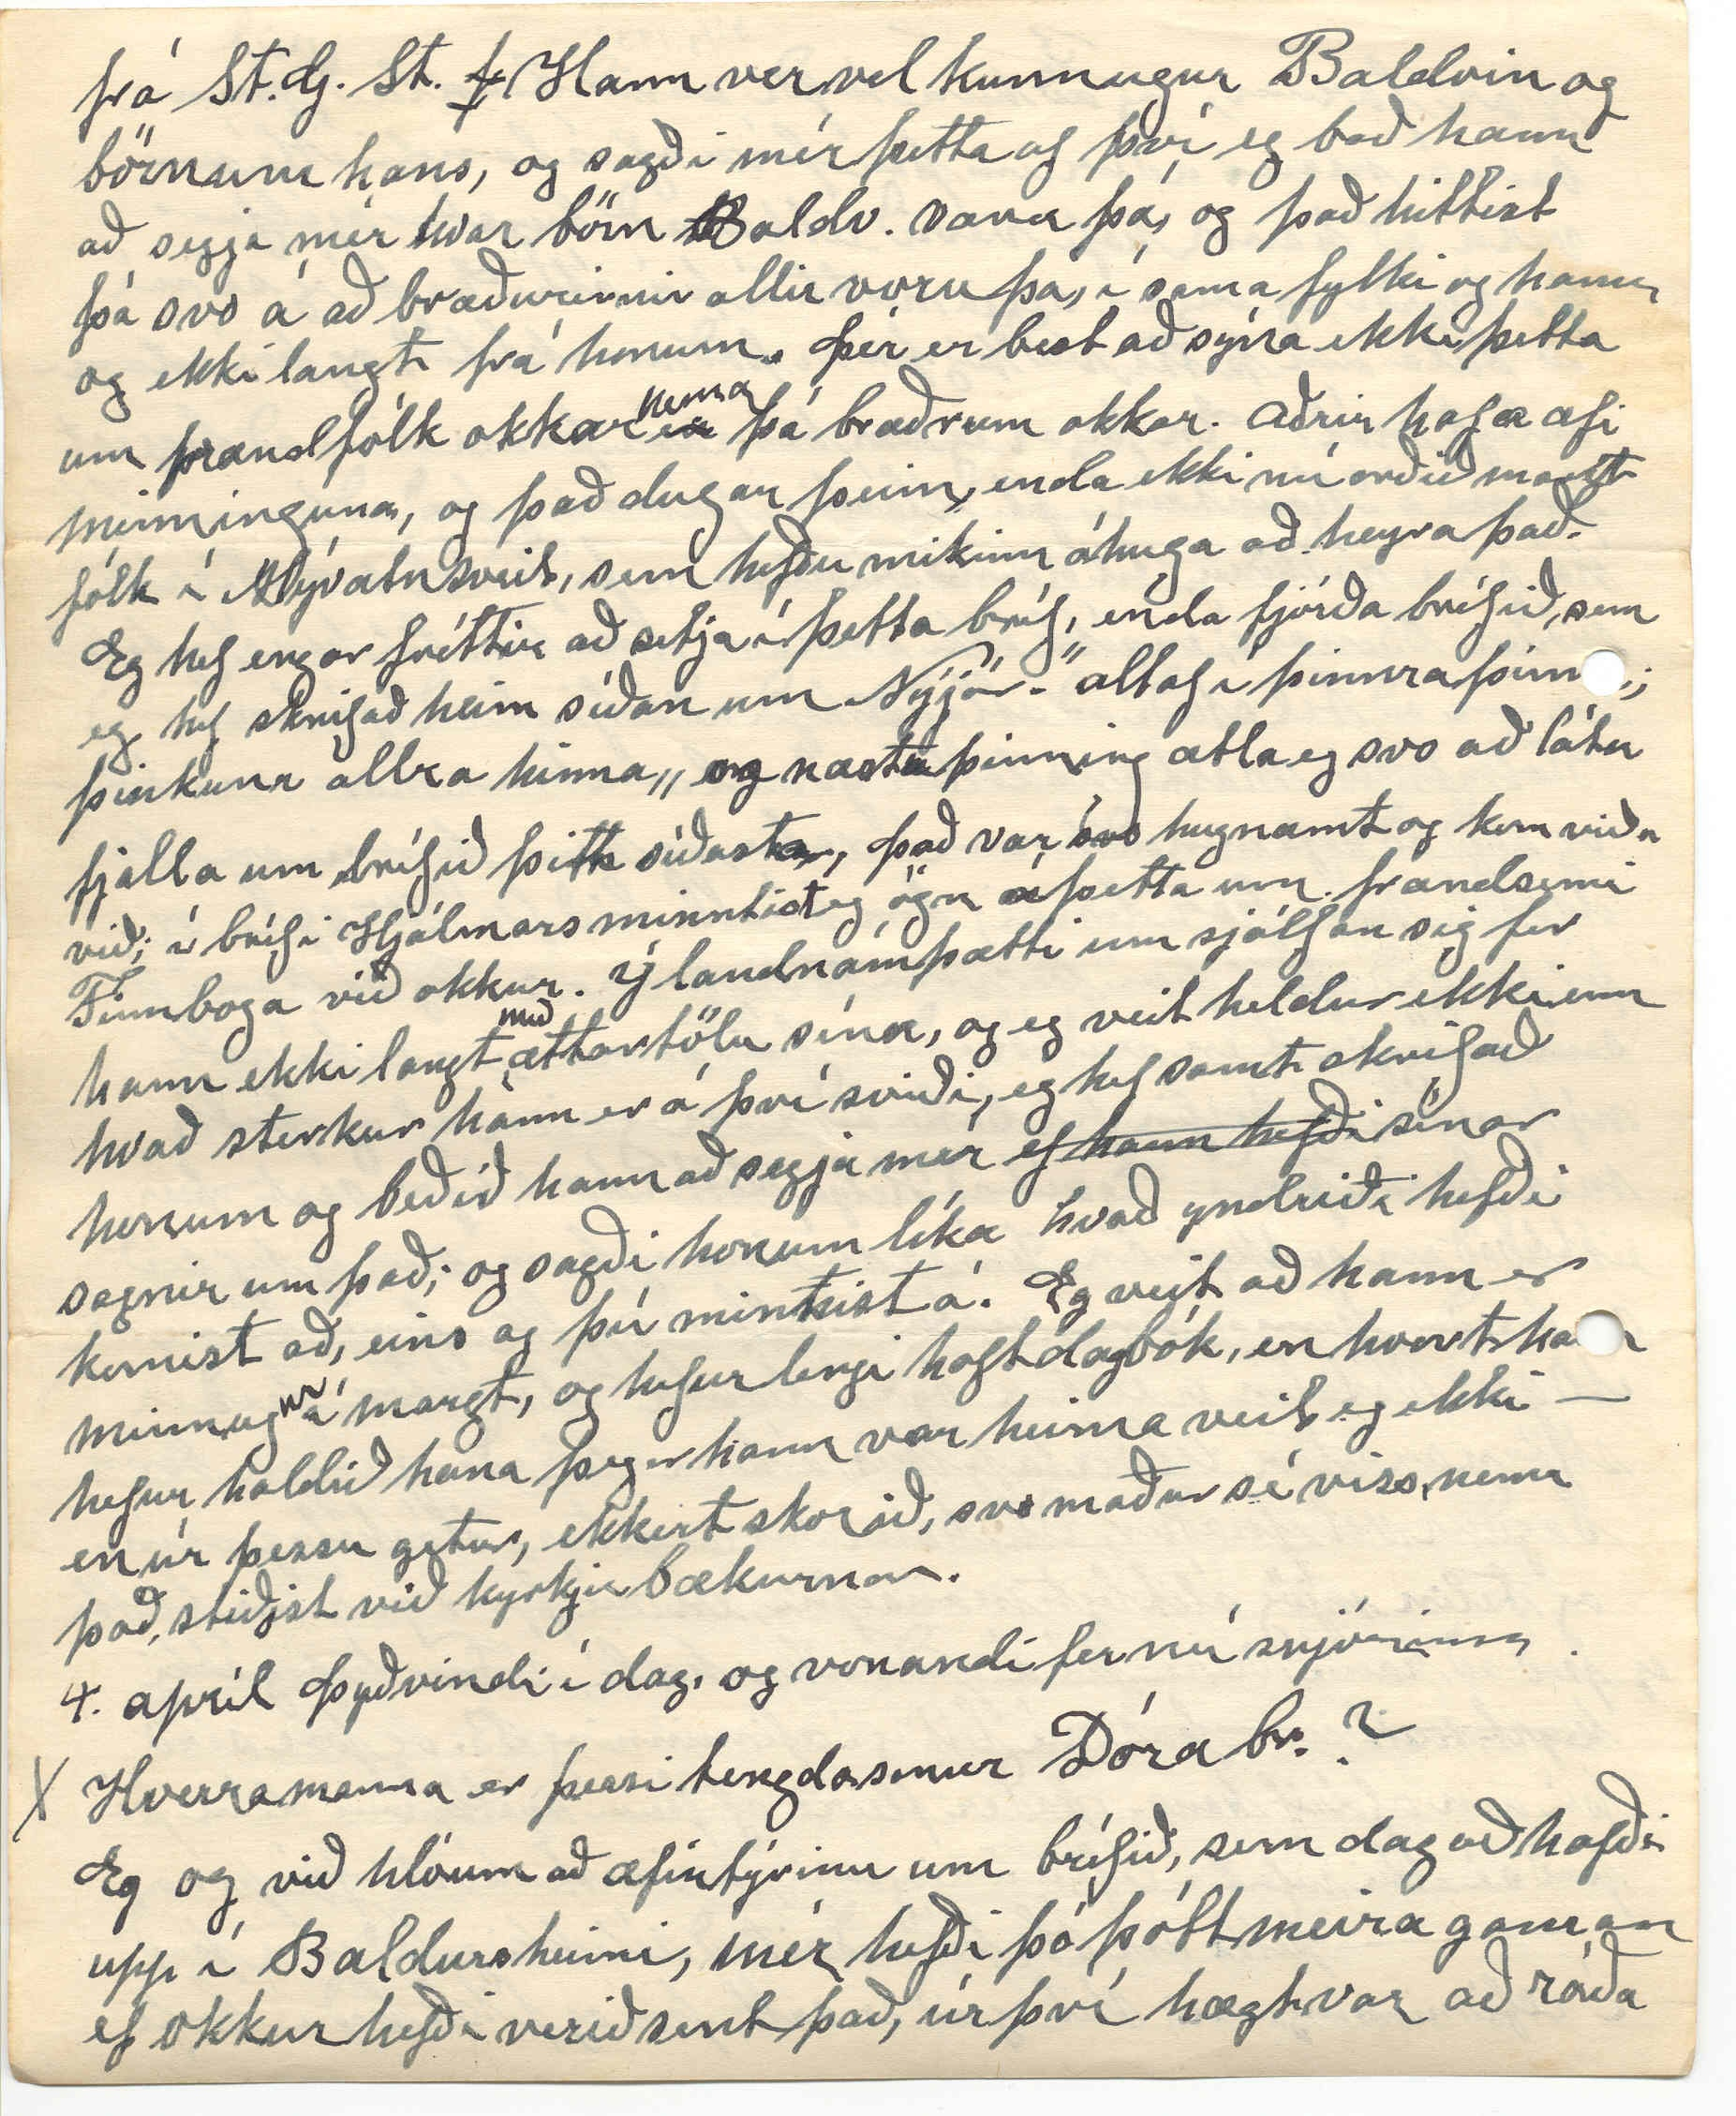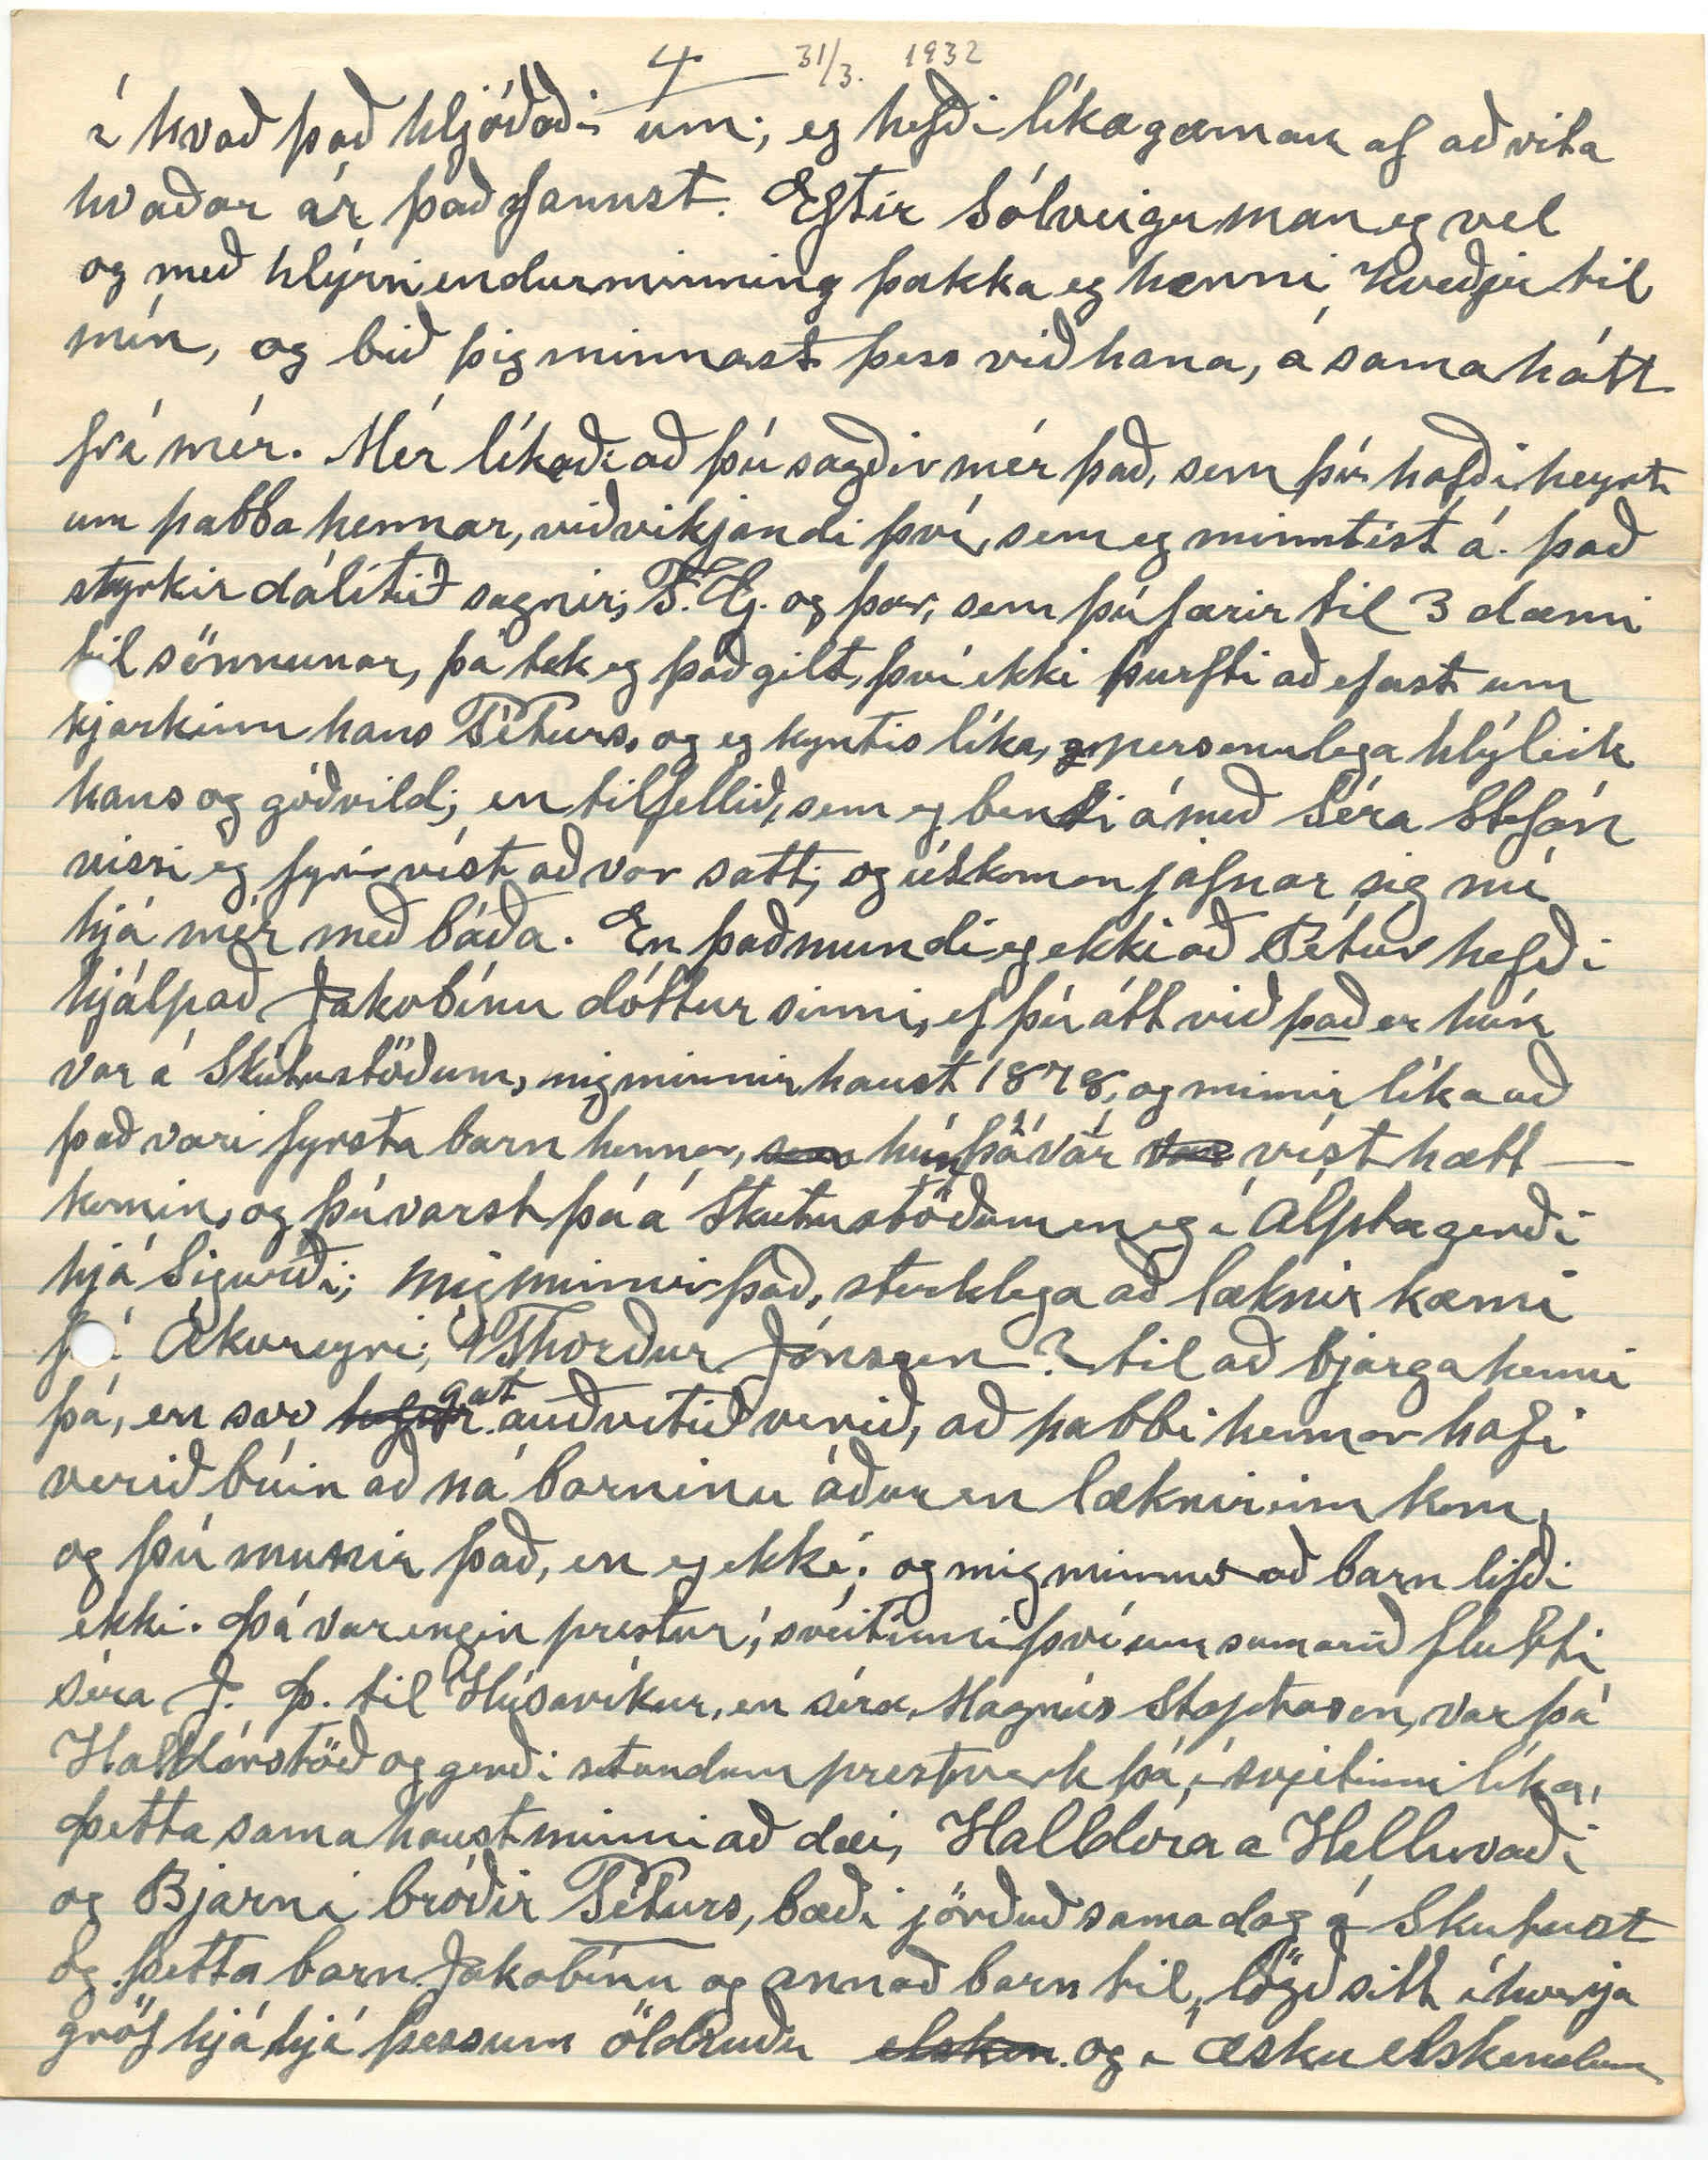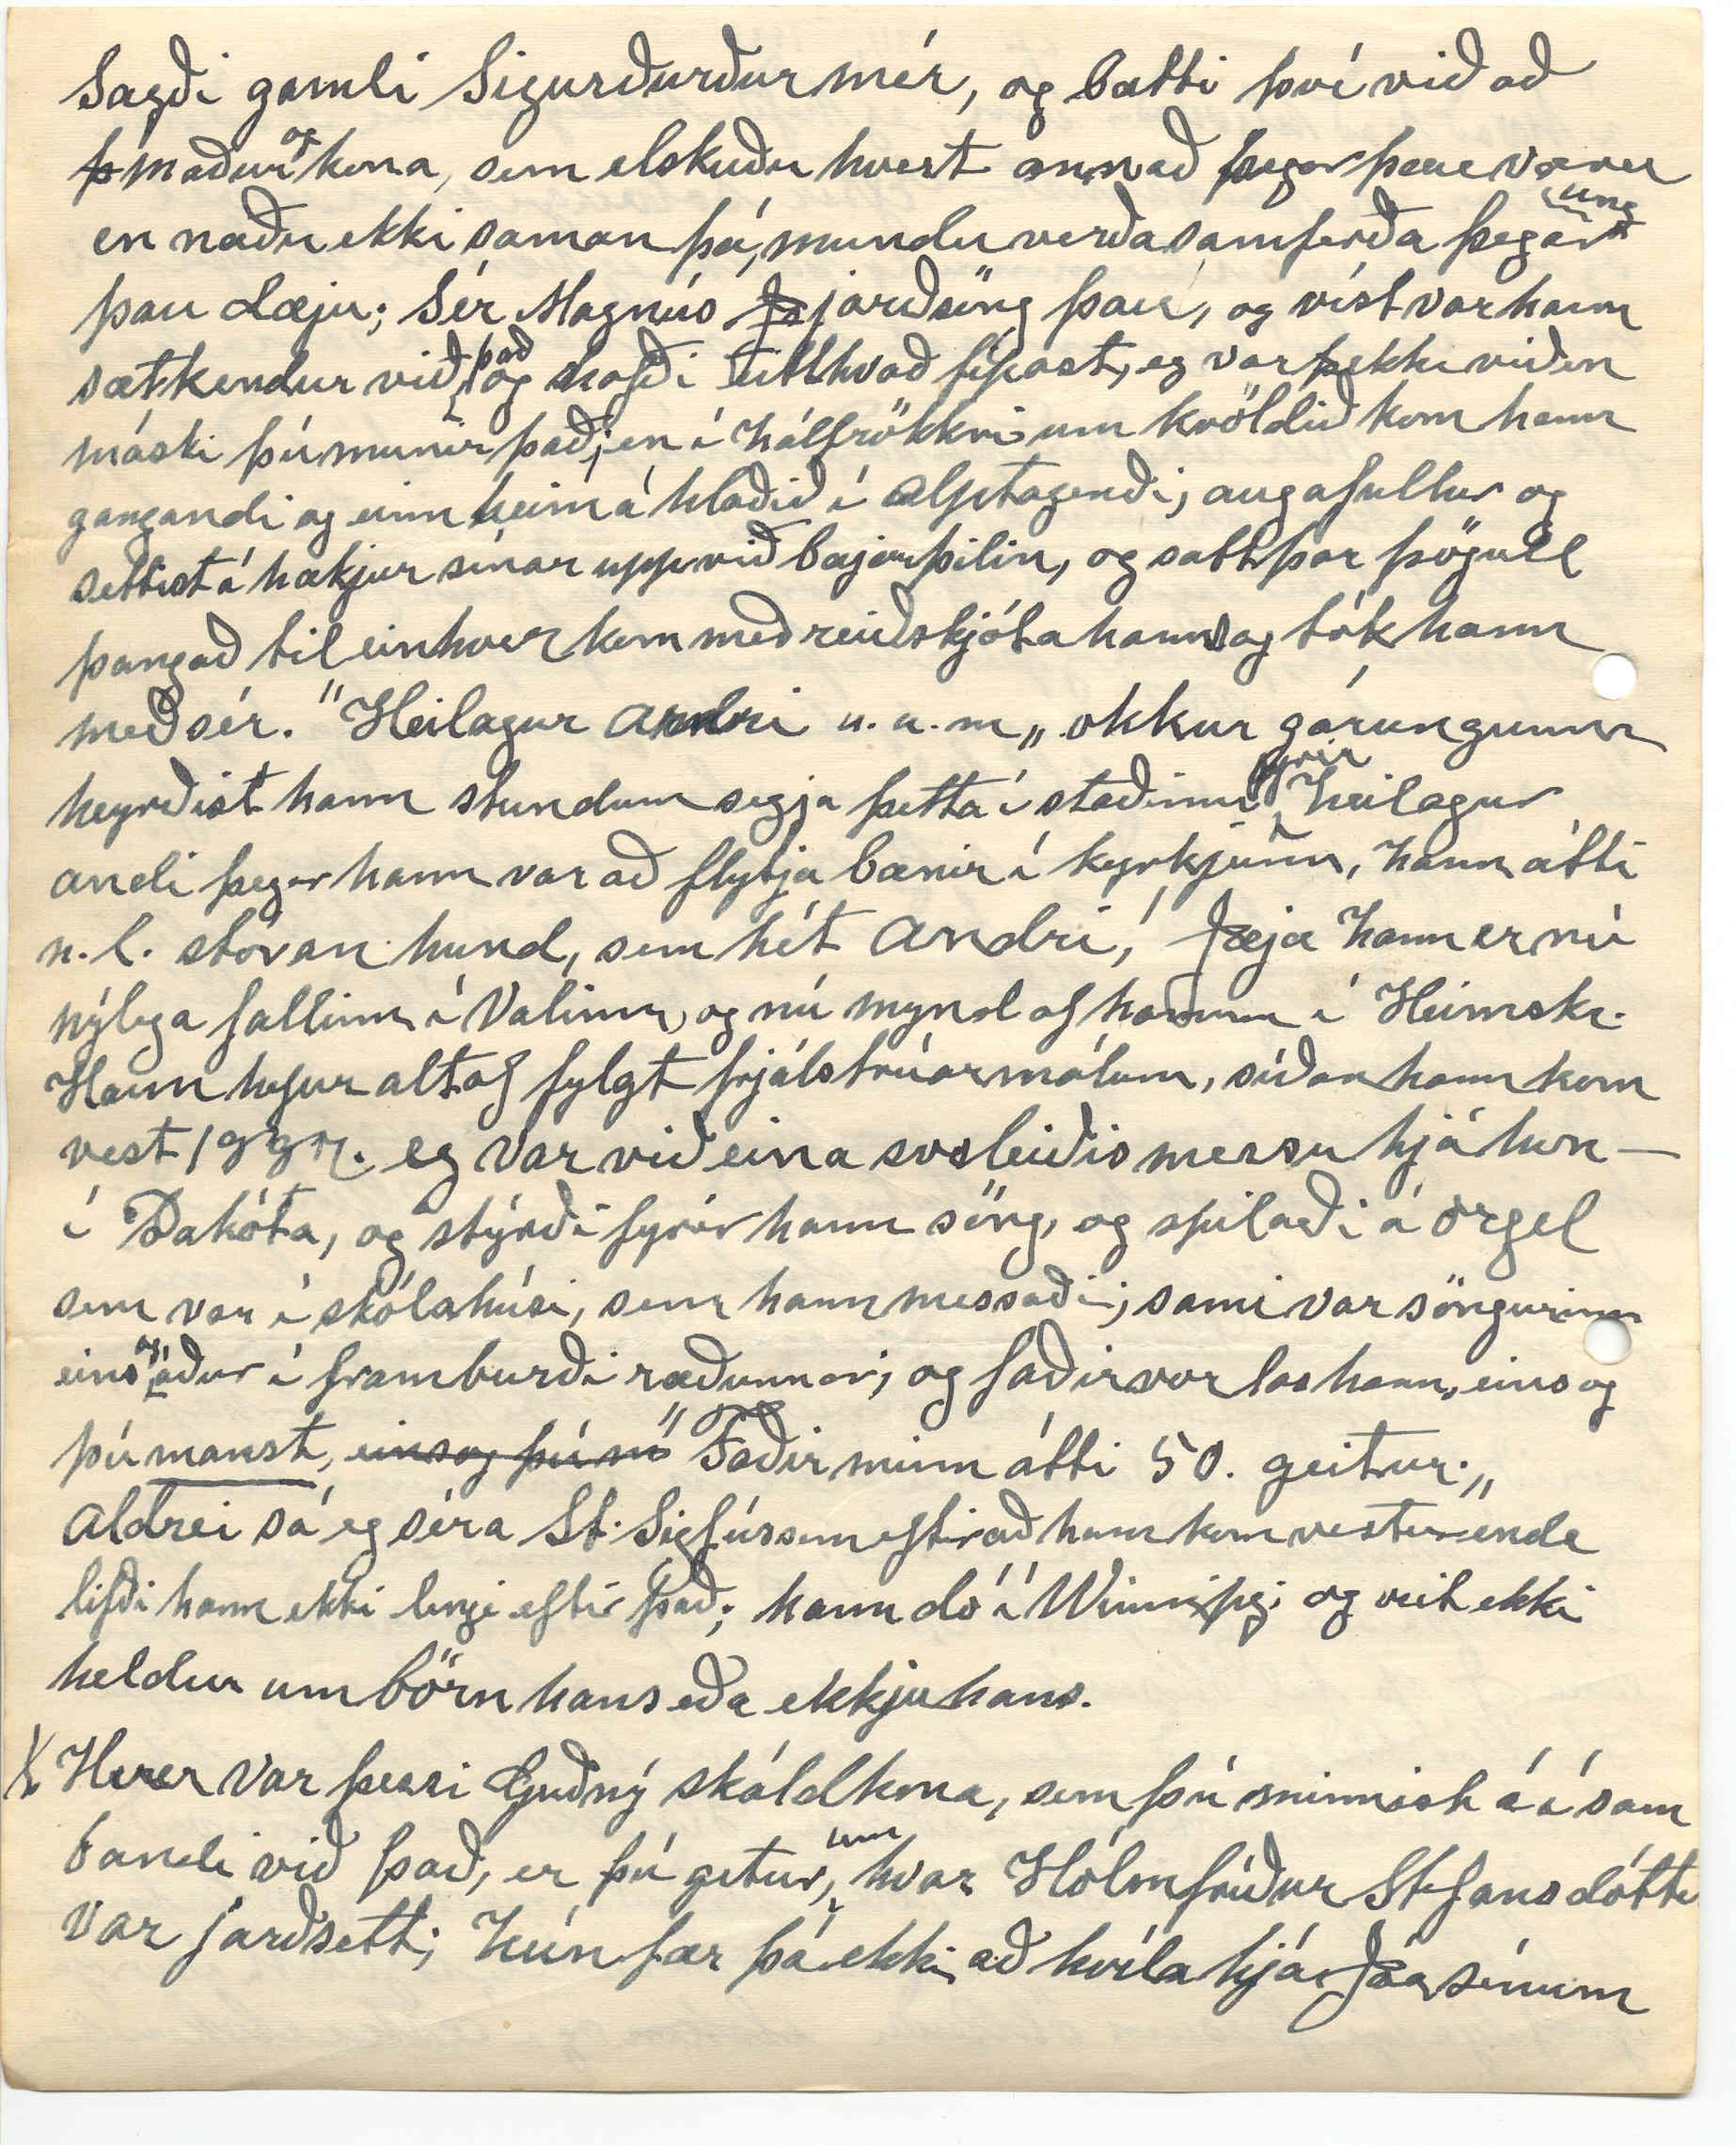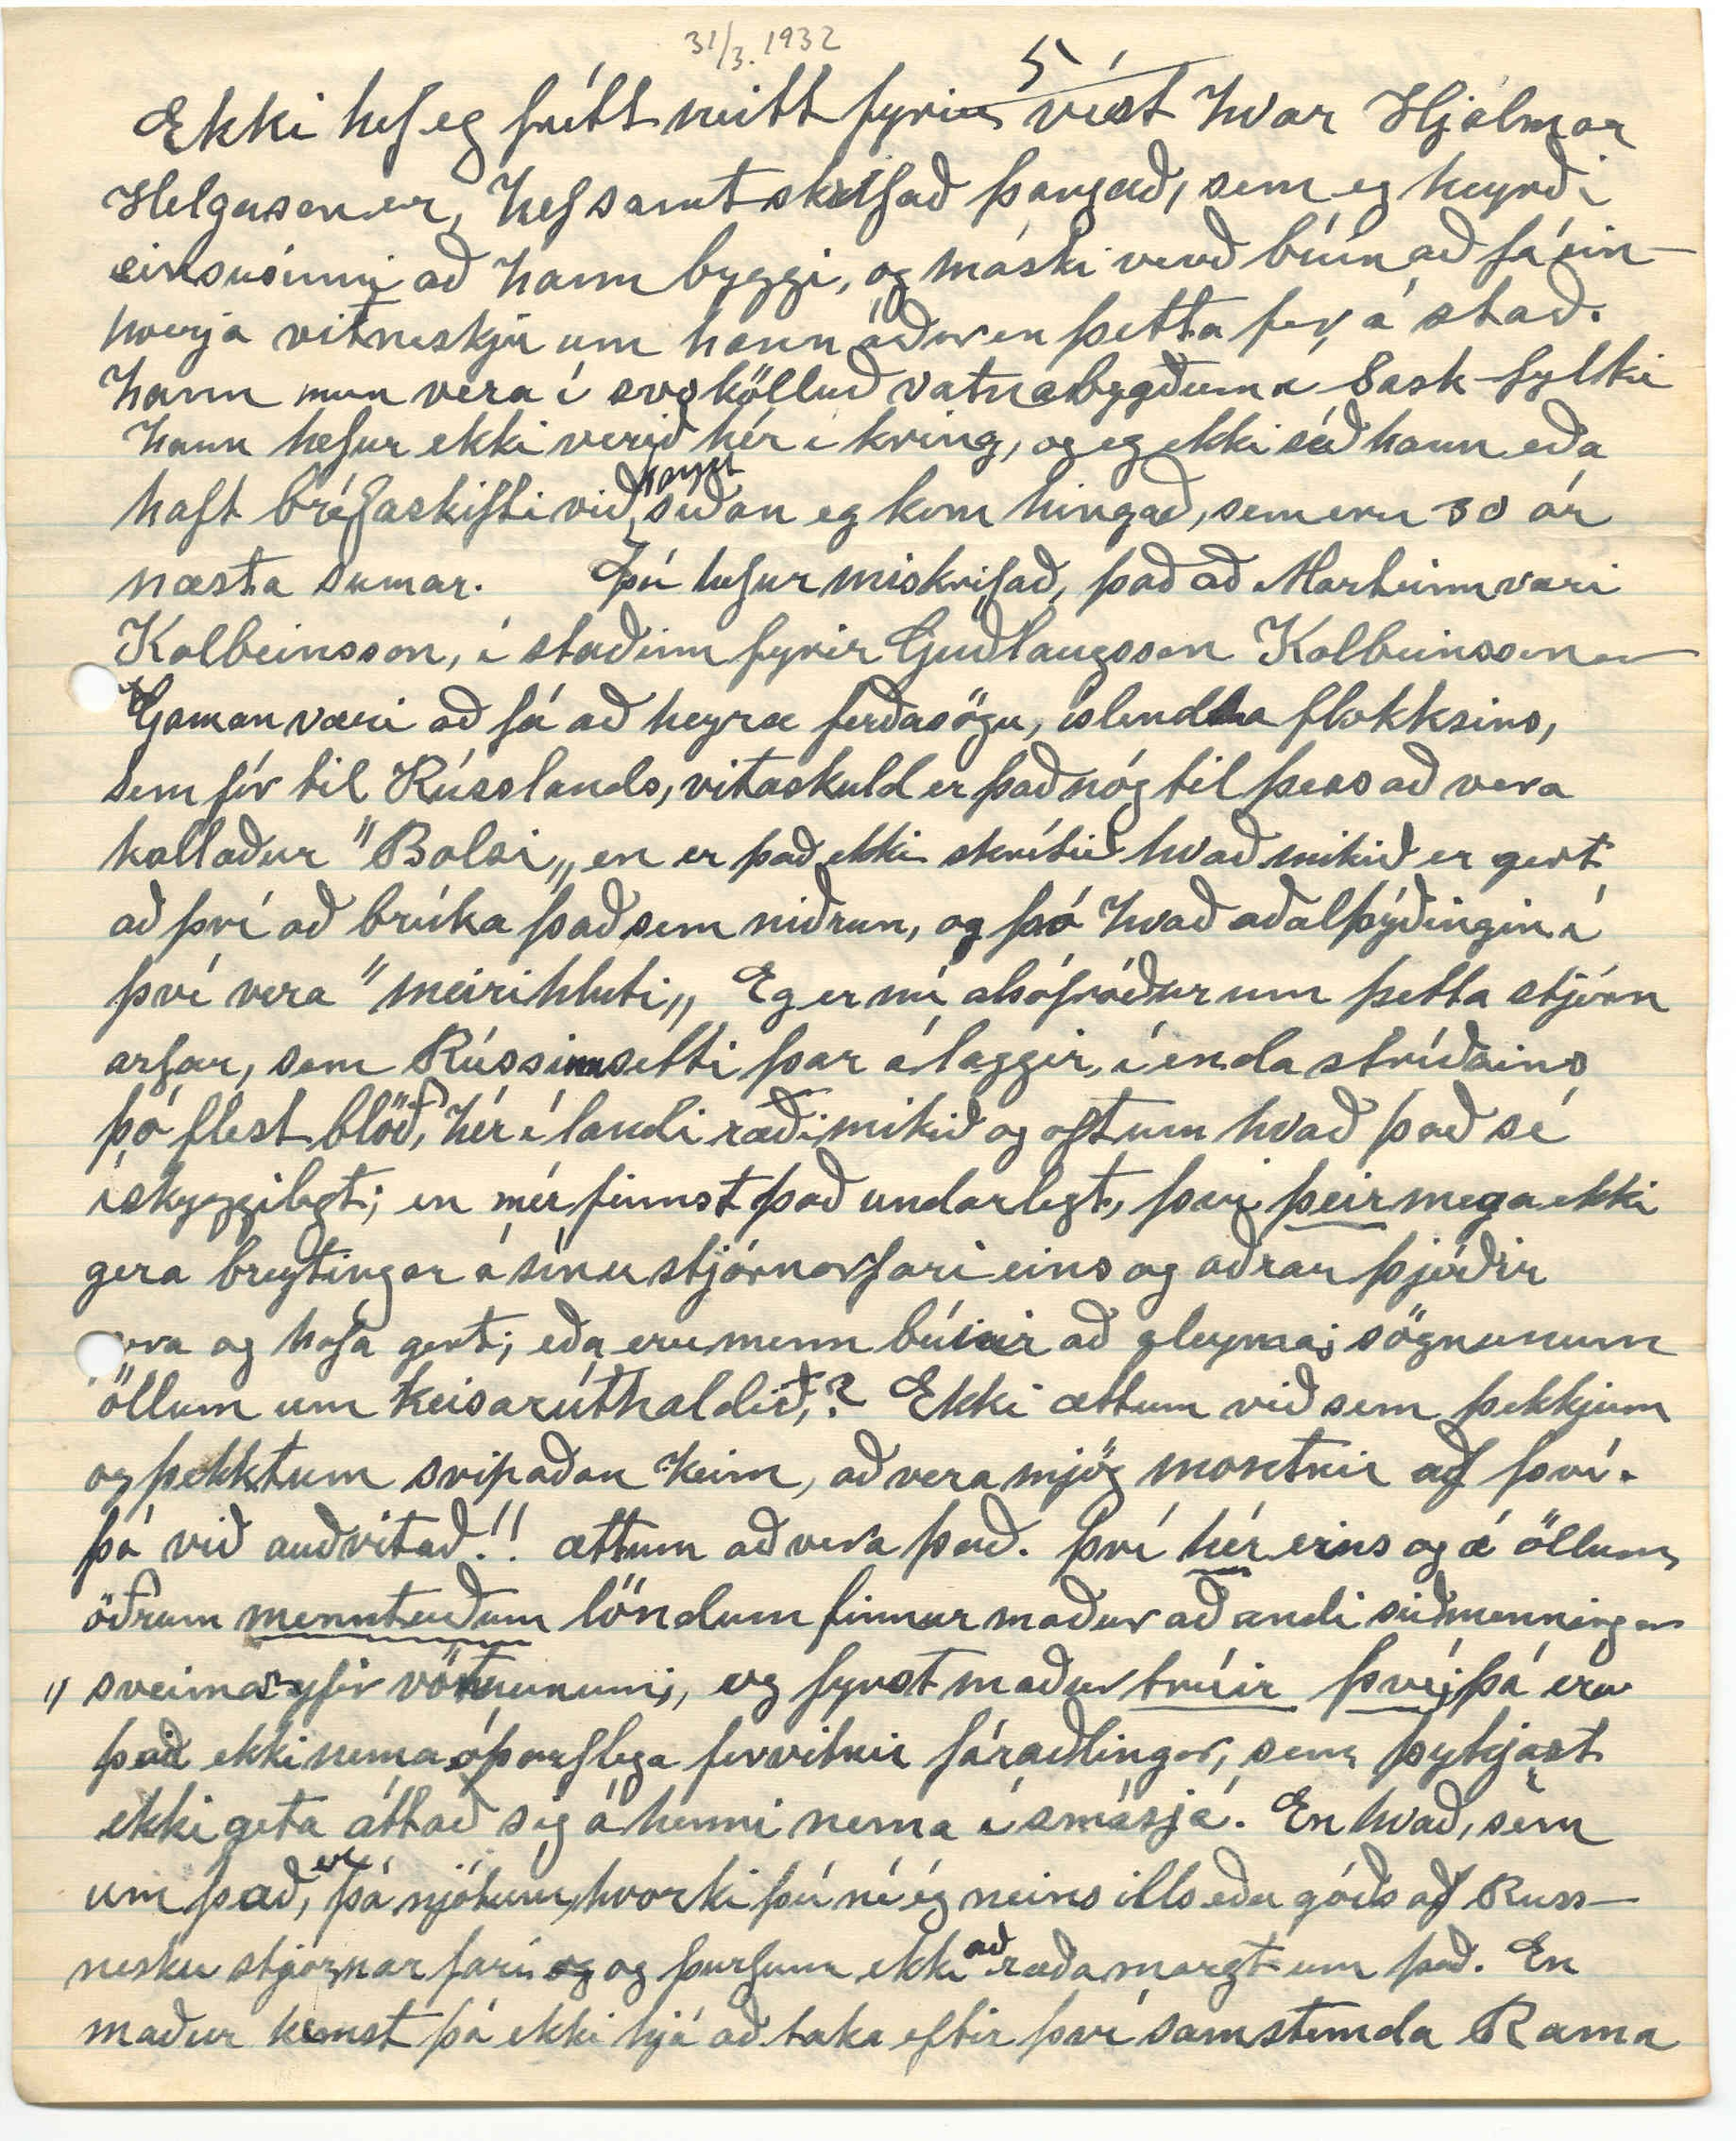

Winnipegosis Man
31 mars 1932
Elsku systir mín! Guðbjörg í Garði
Þegar eg var að gá að því hvenær eg skrifaði þér síðast sé eg að það hefur verið sama dag og Baldvin br. okkar dó, og rétt á eftir hefur þú skrifað mér bréf, það kom 19 des. og nú er eg rétt búin að meðtaka annað, skrifað 21 febr. og var þá í þann vegin að skrifa Hjálmari, og rétt búin að senda það; en hefði þó átt eiginlega að, senda þér það, en alt kemur þó í sama stað; svo eg veit þú fyrirgefur mér þá vangá; og nú ætla eg að reyna að bæta ögn úr því, dróg lika lengur að skrifa þér fyrir það að eg var að bíða eftir að fá að vita hvort þú hefðir fengið Almanökin, og 5 nóv bað eg O. S. Th. að senda þau; og mér þótti vænt um að þú fékkst þau, annan des. kom Hlín og bréfmiði frá þér; svo það má því ekki minna vera en eg sendi þér einhverja viðurkenning fyrir þetta altsaman, ekki síst þar, sem eg veit
að
hvað heilsa þín er orðin og hefur lengi verið ósterk; en hvað á eg að segja meira í sambandi við það, eða hef eg nokkur viðeigandi orð yfir þakklætistilfinningar mínar; svo hægt væri að finna hjartaslátt hugsananna; en nú má eg ekki fara lengra í þessa átt; finn líka að það myndi þarflaust að utlista það meira fyrir
þér.
Þú segir í þessu seinna bréfi þínu, að þér finnist þú ávarpa mig kaldranalega; ekki hafa þó bréfin
þín
haft þau áhrif á mig, eða mér hafi fundist það; en eg held eg fari samt nærri um það hvað þú átt við með að segja það; það er sjálfstjórn
og þó um leið uppreist á móti því, sem innifyrir býr og heimtar að komast á yfirborðið, og oft nauðsýnlegt að hafa hömlur á; og þeirri reglu hef eg sjálfur orði að fylgja; Því bæði vitum við að meðalhófið er vandratað; og eitt er víst að bréfin þín og ykkar systkyna minna hafa vermt mig meira en eg
þ
hef átt skilið, svo þú þarft
ekki að
ásaka sjálfa þig
um
andkulda í þeim nei; og aftur
nei.
Væri um andkul að ræða, þá myndi það stafa af nauðsýn.
X Þú sagðir í fyrra í bréfi, ”skrifað mér nú æfintýrið„ og það var mér að kenna að þú óskaðir þess, því eg hafði gefið þér eitthvað í skyn að eg byggi yfir einhverju, sem kalla mætti það; en þar. sjáðu
þar
hef eg slept á yfirborðið, því, sem eg hefði ekki átt að drepa á, og orðið úr; sort af því að vera dylgja um það, sem vakið hefur hjá þér spurningar, sem eg þó kanski ekki viljað svara. En hví ekki spyr þú! Fyrst ”skéður mart á skemri leið; og annað; myndi það
ekki
hafa góð eða slæm áhrif á þig? ekki svo að skilja að það
sé
neitt geigvænlegt, og áræða myndi eg að segja þér það og fleira ef við sætum hlið við
hlið
því það er tvent ólíkt að talast við í bréfum eða horfast í augu personulega. Og enn eitt; Þó maður réðist nú að láta eitthvað
flakka
, veit maður ekki nema tími til þess sé máski orðinn
naumur.
en samt læt eg mér það
þ0
í léttu rúmi liggja, en kaldranlegt mun þó vera að segja svo. en þó er það viðfangsefni öllum óviðráðanlegt, en þó eg segi svo þarf það ekki að skiljast, sem vonleysi eða fyrirlitning; og með þá ályktun legg eg frá mér pennann í kveld,
og
því nú eru aðrir gengnir til hvílu og eg finn eg þarfnast þess líka. Góða nótt!
Þú
minntist
á það í fyrra í bréfi að, þér hefði verið sagt að synir B. heitins móðurbróður, hefðu ekki sem best orð á á sér; og eg hef aldrei séð neinn þeirra, því altaf hefur verið svo langt á milli mín og þeirra; og þekki þá því ekki. nema af því, sem eg hef heyrt eftir öðrum. og strax og eg kom
til
að heiman heyrði eg fólk vera að fleygja því á milli sín að þá, það vor, hefðu þeir verið að reyna að strjúka þaðan útúr skuldabasli, hér til Canada, það vor Jósafat Helgi og
og
Baldvin, en náðust áður en þeir komust yfir ”Línuna„ og pabbi þeirra þá orðið að ganga í ábyrð með skuldir þeirra; auðvitað var óreglu þeirra um það kent; en þó þurfti það ekki að vera, annar þeirra að minnst kosti, hafði byrjað þar eitthvað á verzlun, í félagi við annan mann, báðir bláfátæri og ekki getað staðið í skilum; en engin óknitti hef eg heyrt, eða heyrði
þá
um þá. þó
svo
máski sumum finnist að svokölluð gjaldþrot heyri því til; og er líka til enn eg hygg af því sem eg hef frétt um þá síðan að þeir muni hafa verið gefnir fyrir að braska, en verið ekki vel hepnir í því. Skömmu áður en pabbi þeira dó seinasta veturinn sem eg var í Dakóta kom hann til mín og gisti hjá mér nokkrar nætur, og eg keyrði hann þá stundum í kring í bygðinni, því þá var hann að reyna að selja, hlutabref í námum sem synir hans voru þá eitthvað riðnir við; og einstöku maður gerði það þá fyrir hann, enda voru þau ekki dýr, frá 10 til 15- og 20 dollara; held samt að engin af þeim sem keyptu þetta
hafi
ekki grætt á því enda töldu þeir sig ekki heldur hafa tapað miklu. Þá var Baldvin enn þá ern og glaður
og eins og hann leit út þá, leit út fyrir að líf hans gæti orðið 15 - 20 árum lengra en þá var hann þó 76 ára en lifði ekki nem rúmt ár eftir það. þegar þetta var gerði hann að gamni sínu þessa vísu, til mín; ”altaf ligg ég uppá þér; ekki tímann spara.” Ónýtur reyndist ”Árni„ mér, eins mun ”Hördal„ fara, nöfn á mönnum sem bjuggu þar þá. Eg held að mamma okkar og B. hafi verið mjög lík í lund, og eins vaxtarlag og allar hreyfingar, bæði aðdáanlega glaðsinna, Þrátt fyrir, sorgleg og þung aðköst á lífsleiðinni. við þektum nú bæði hvað mamma, áleit að væru
vert
að leggja í sölur fyrir lífsgleðina, svo innri sárin næðu ekki að blæða út meðan nokkur von væri að varna því;
þ
en þó arekst virtist verða á milli mín og B. fyrst eftir að við komum, þá fann eg þegar eg fór að kynnast honum betur, að vilji hans muni þá hafa verið sá, að vera mér hlyntur; og það eins mikið verið mín sök að við gátum ekki notið þess, og eg svo dæmt hann og viðtökur hans í harmi og athugaskorti og við gert
g00t
hærri vonir um viðtökurn en eg átti heimting á. Þessi æfiminning hans er sennilega nokkuð rétt; Því það er víst, að hann var stórvelgefinn og áhuginn til umbóta glaðvakandi fram í andlátið, ekki síst á andlegan
má00
aldrei heyrði eg hann kvarta yfir, að láta nokkuð uppi um skilnað þeirra hjóna, og spurði hann heldur ekkert úti það, enda viðkvæmt mál, og sennilega að bæði hafi átt sök á því. En ein orsökin þó, talin að vera sú, eftir því, sem mér var sagt af öðrum, að honum hefði verið orðið lífið óbærilegt
ho
í sambúð við konuna, af því annar maður var kominn í spilið, og sestur að á heimilinu, og við hann
hélt
hafði hún haldið í fleiri ár eftir að Baldvin
var farinn, og að hún hefði verið bendluð
við
þann sama mann áður en þau fóru af íslandi. Má
ver
vera að hann hafi verið eitthvað breyskur sjálfur Þó heyrði eg engan segja neitt í þá átt. En þó eg sé nú að tala um þetta, við þig þá er það marklitið, og því ódæmanlegt mál. En þegar
eg var
hann var þarna einn að berjast
þarna
á ”Mountain„ fb. Mántin, þá vissi eg það að hann vildi ná sér í ráðkonu, til dæmis vildi hann þá fá til sín Sigríði móðir Benoní; en gékk ekki saman; líka kom til hans, (og talað var um að til stæði að ætlað hefði að setjast að hjá honum) Hólmfríður Marteinsdóttur gömul vinkona mömmu okkar og sögð að hafa unnað honum í æsku, og hann henni, en ekki dvaldi hún þar lengi; kom þó alla leið frá ”Arggl„ og fór þangað aftur, því þar voru börn hennar. Eg sá hana þá sem snöggvast en við töluðum lítið saman, enda þá rétt nýkomin, og horfin til baka áður en eg vissi af og þótti mér fyrir því. Eg veit að Helga dóttir hans hefur sagt þér eitthvað um systkyni sín, hún er sú eina af þeim, sem eg hef séð og bræður hennar voru, vestur í Albertafylki, fyrir fáum árum Ásgeir Vídalín er elstur býr í South Edmonton, það er stjórnarsetur Albertafylkis; á konu aldraða og engin börn Sagður vel efnaður, Óli, hann var yngstur. Háskólagengin og talin mjög álitlegt mansefni, en nú fyrir 9 árum frétti eg það að hann væri þá á geðveikrahæli,
síðan hef eg ekki heyrt neitt um það
nú leit eg í æfiminning B. og þar sérð þú um afdrif hans. Það er fleira af þeim systkynum dáin þó það sé ekki nefnt í Æfiminningunni, minnstakost Jóepína.
Þetta um Óla þó auðvitað sé ekki getið um það í Æfiminningunni; Veit eg að er satt, því eg fékk það í bréfi
frá St. G. St. Hann var vel kunnugur Baldvin og börnum hans, og sagði mér þetta af því eg bað hann að segja mér hvar börn Baldv. væru þá, og það hittist þá svo á að bræðurnir allir voru þá, í sama fylki og hann og ekki langt frá honum. Þér er best að sýna ekki þetta um frændfólk okkar
en
nema þá bræðrum okkar. Aðrir hafa æfiminninguna, og það dugar þeim, enda ekki nú orðið margt fólk í Mývatnsveit, sem hefðu mikinn áhuga að heyra það.
Eg hef engar fréttir að setja í þetta bréf, enda fjórða bréfið, sem eg hef skrifað heim síðan um Nýjár. ”altaf í þinnra
þinn00
; þinkuna allra hinna„ og næstu þinning ætla eg svo að láta fjalla um bréfið þitt síðasta, Það var svo hugnæmt og kom við við; í bréfi Hjálmars minntist eg ögn á þetta um frændsemi Finnboga við okkur. Í landnámþætti um sjálfan sig fer hann ekki langt
með
ættartölu sína, og eg veit heldur ekki um hvað sterkur hann er á því sviði, eg hef samt skrifað honum og beðið hann að segja mér
ef hann hefði
sínar sagnir um það; og sagði honum líka hvað yndriði hefði komist að, eins og þú mintist á. Eg veit að hann er minnug
ur
á margt, og hefur lengi haft dagbók, en hvort hann hefur haldið hana þegar hann var heima veit eg ekki - en úr þessu getur, ekkert skorið, svo maður sé viss, nema það stiðjst við kyrkjubækurnar.
4. apríl Þyðvindi í dag. og vonandi fer nú snjórinn.
X Hverra manna er þessi tengdasonur Dóra br.?
Eg og við hlóum að æfintýrinu um bréfið, sem dagað hafði upp í Baldursheimi, mér hefði þó þótt meira gaman ef okkur hefði verið sent það, úr því hægt var að ráða
í hvað það hljóðaði um; eg hefði líka gaman af að vita hvaðar ár það fannst. Eftir Sólveigu man eg vel og með hlýrri endurminning þakka eg henni kveðju til mín, og bið þig minnast þess við hana, á sama hátt frá mér. Mér líkaði að þú sagðir mér það, sem þú hafði heyrt um pabba hennar, viðvikjandi því, sem eg minntist á. það styrkir dálítið sagnir; F. G. og þar, sem þú færir til 3 dæmi til sönnunar, þá tek eg það gilt, því ekki þurfti að efast um kjarkinn hans Péturs. og eg kyntis líka, personulega hlýleik hans og góðvild; en tilfellið, sem eg benti á með Séra Stefán vissi eg fyrir víst að var satt; og útkoman jafnar sig nú hjá mér með báða. En það mundi eg ekki að Pétur hefði hjálpað Jakobínu dóttur sinni, ef þú átt við
það
er hún var á Skútustöðum, mig minnir haust 1878, og minnir líka að það væri fyrsta barn hennar,
sem
hún
þá var var
var þá
Orðaröð breytt með uppskrifuðum tölustöfum.
víst hætt komin, og þú varst þá á Skutustöðum en eg í Álptagerði hjá Sigurði; mig minnir það, sterklega að læknir kæmi frá Akureyri; Thorður Jónsson? til að bjarga henni þá, en svo
hefur
gat auðvitið verið, að pabbi hennar hafi verið búin að ná barninu áður en læknirinn kom, og þú munir það, en eg ekki; og mig minnir að barn lifði ekki. Þá var engin prestur í sveitinni því um sumarið flutti séra J. Þ. til Húsavíkur, en séra Magnús Staptason, var þá Haldórstöð og gerði stundum prestverk þá í sveitinni líka, Þetta sama haust minni að dæi, Halldóra á Helluvaði og Bjarni bróðir
Péturs
, bæði jörðuð sama dag á Skutust og þetta barn Jakobínu og annað barn til, lögð sitt í hverja gröf hjá hjá þessum öldruðu
elsken
og í æsku elskendum
Sagði gamli Sigurðurður mér, og bætti því við að
þ
maður
og
kona, sem elskuðu hvort annað þegar þau væru
ung
en næðu ekki saman þá, mundu verða samferða þegar þau dæju; Sér Magnús
J
jarðsöng þau, og víst var hann sætkendur við
það
og hafði eitthvað fipast, eg var
þ
ekki við en máski þú munir það; en í hálfrökkri um kvöldið kom hann gangandi og einn heim á hlaðið í Alptagerði, augafullur og settist á hækjur sínar upp við bæjarþilin, og satt þar þögull þangað til einhver kom með reiðskjóta hanns og tók hann með sér. ”Heilagur Andri u.u.m.„ okkur gárungunum heyrðist hann stundum segja þetta í staðinn
fyrir
heilagur andi þegar hann var að flytja bænir í kyrkjum, hann átti n.l. stóran hund, sem hét Andri! Jæja hann er nú nýlega fallinn í Valinn, og nú mynd af honum í Heimskr. Hann hefur altaf fylgt frjálstrúarmálum, síðan hann kom vest 1887. eg var við eina svoleiðis messu hjá hon í Dakóta, og stýrði fyrir hann söng, og spilaði á orgel sem var í skólahúsi, sem hann messaði; sami var söngurinn eins
og
áður í framburði ræðunnar; og faðir vor las hann, eins og þú
manst
einsog þú m
”Faðir minn átti 50. geitur.„ Aldrei sá eg séra St. Sigfússon eftir að hann kom vestur enda lifði hann ekki lengi eftir það; hann dó í Winnipg; og veit ekki heldur um börn hans eða ekkju hans.
X Hver var þessi Guðný skáldkona, sem þú minnist á í sambandi við það, er þú getur
um
hvar Hólmfríður Stefansdóttir var jarðsett; hún fær þá ekki að hvíla hjá Jóa sínum
Ekki hef eg frétt neitt fyrir víst hvar Hjálmar Helgason er, hef samt skrifað þangað, sem eg heyrði einsusinni að hann byggi, og máski verð búin að fá einhverja vitneskju um hann áður en þetta fer á stað. hann mun vera í svokölluð vatnabygðum í Sask-fylki hann hefur ekki verið hér í kring, og eg ekki séð hann eða haft bréfaskifti við
hann
síðan eg kom hingað, sem eru 30 ár næsta sumar.
Þú hefur miskrifað, það að Marteinn væri Kolbeinsson, í staðinn fyrir Guðlaugsson Kolbeinssonar Gaman væri að fá að heyra ferðasögu, íslendska flokksins, sem fór til Rússlands, vitaskuld er það nóg til þess að vera kallaður ”Bolsi„ en er það ekki skrítið hvað mikið er gert að því að brúka það sem niðrun, og þó hvað aðalþýðingin í því vera ”meirihluti„ Eg er nú als ófróður um þetta stjórnarfar, sem Rússinn setti þar á laggir, í enda stríðsins þó flest blöð, hér í landi ræði mikið og oft um hvað það sé ískyggilegt; en mér finnst það undarlegt, þvi
þeir
mega ekki gera breytingar á sínu stjórnarfari eins og aðrar þjóðir gera og hafa gert; eða eru menn búnir að gleyma; sögnunum öllum um keisarúthaldið;? Ekki ættum við sem þekkjum og þekktum svipaðan keim, að vera mjög montnir af því. þó við auðvitað!! ættum að vera það. því
hér
eins og í öllum öðrum
menntuðum
löndum finnur maður að andi siðmenningar ”sveimar yfir vötnunum„ og fyrst maður
trúir því;
þá eru það ekki nema óþarflega forvitnir fáraðlingar, sem þykjast ekki geta áttað sig á henni nema í smásjá. En hvað, sem um það
er
, þá njótum, hvorki þú né ég neins ills eða góðs af Russnesku stjornar fari
og
og þurfum ekki
að
ræða margt um það. En maður kemst þó ekki hjá að taka eftir því samstemda Rama
kveini flestra hinna þjóðanna yfir öllu guðleysinu hjá Rússanum! Langt er síðan maður las spádóma Þorsteins Erlingssonar, sem virðast hafa ræst talsvert rækilega - : ”Því kóngar að síðustu komast í mát og keisarar náblæjum falda; og guðirnir reka sinn brothætta bát á blindskér, í hafdjúpi alda„ o.s.frv.
Eg sé að þú manst undrunarlega vel eftir atriðinu sem eg minntist
ögn
á um það er verið var að flytja líkin af S. og G. suður vatnið, Það eina, sem
eg
minnist um það að hafa séð Stefán,
að
var um hávetur og snemma að morgni til að eg leit uppúr holu minn og sá hann standa á gólfin og var að segja pabba og mömm frá því að hann hafði dottið niður í gjá sem skelpt var yfir og vatn í henni og því blotnað, og kom því heim til að fá þurra sokka, því frost var, og á leið til að vitja um net, sem hann stundað suður úr ”Bekrum„ Þessi gjá var eftir það kölluð, ”Stefáns gja„ bræður okkar B. og S. sýndu mér hana, hún var eða er, mjó og hringmynduð að ofan en nokkuð yfir mannhæð á dýpt, og í ekki
að
auðvelt að lyfta sér uppúr henni; og margir voru undrandi yfir að hann hefði komist uppúr hjálparlaust,
og
enda hefur hann
þá
verið alsgáður en þetta hlýtur að hafa verið einu eða í mesta lagi tveim árum áður en hann drukkni í blæjalogni og heiðskíru veðri, við miðnætur-sólar skin. En því er eg enn, að rifja þetta upp, þér er það, eflaust, eins kunnugt, eða betur; en aldrei getur maður gleymt sona tilfellum. Þó útyfir taki það alt,
ein verið
að fara með nokkrum árum síðar að merki hefðu sést til þess að S. hefði verið kviksettur. Finnbogi
El
Erlindsson var borin fyrir því
að
er hann var að taka gröf við hliðina
á kistu S. Eg sá F. aldrei heima eftir að hann fór frá Haganesi, en eg kom til hans og sá hann nokkuð oft þegar eg var í Dakóta, og þar dó hann 1912? minnir mig. Veturinn 1893 var eg nótt hjá honum, og þá spurði eg hann um þetta með Stefán, man nú ekki hvort hann svaraði því alveg samþykkjandi, en síðan hef eg þó altaf staðið í þeirri meining að það hefði verið satt, því ef hann hefði neitað því berlega þá hefði það setið í huga mínum með meiri vafa, en það hefur gert.
Það er nú kominn 6 apríl og mikil hláka nú 3 daga Drengir eru að flytja heim hey þessa daga áður en snjórinn fer, og búnir flytja heim og saga niður ársforða af eldivið; Stebbi kom hér í dag, og verður í nótt var að sækja sér heyæki.
Loftur og Stína, fór nýlega til mans, sem hefur sögunarvélar og á heima 10 mílur hér fyrir norðan okkur, og Loftur ætlar að vinna hjá honum í sumar, og Stína verður þar líka með litlu dóttir þeirra, rúmlega ársgamla, stór og falleg telpa. Árnína er núna í bænum, á von á króa no 2 nú fara allar konur til læknis, og er það vel farið. Drengur hennar er nú hátt á 3ja ári; farinn að tala mikið, bæði ensku og íslensku. þó verður enskan líklega yfirsterkari eins og tíðast.
Thrarinn
sonur nöfnu þinnar verð 20 ára 17 n
æsta
mánaðar, hár og vel þrekinn okkur eftirlátur, og okkur þykir eins vænt um hann sem okkar eigin börn.
Elsku systir min Bogga! Eg má ekki hafa þetta lengra í þetta sinn; Lína sendir þér koss og kveðju, og við öll þín fjarlægu frændsystkyni; með bestu vonum og einlægum óskum um blítt og bjart sumar, og veit að blessuð lóan syngur undir fyrir þig meðan þú lest þetta, til að bæta það upp fyrir mig. Heil og sæl - meðan mælir þinn br. Thór St.
P. S. Guðrún Þórarinsdóttir er nýlega dáin. Hún andaðis laugardaginn 12 mart s.l. á ”King Georgs„
Winnipeg
sjúkrahúsi, eft fjögra daga legu, 70 ára að aldri. Banamein hennar var ”diphteria„. frá Halldórsstöðum í Laxardal. Æfiminning hennar er í Heimskringlu 30
st
marz s.l. Lika dó snemma í febr. s.l. Anna Kristjánsdóttir að Mountain N.-Dak. 56 ára, Eins og Guðrún (nefnd að ofan) lifði ógift, báðar þó vel gefnar, og afbragðs kvennkostir, Eg hef áður minnst á það, Ingjaldstaðafólk. Kristjáns Jónssonar frá Arnarv. og Sesselju Sigurðard. frá Stafni Það fólk tók okkur tveim höndum er við komum að heiman og sýddi
okk
stöðuga trygð ávalt síðan; sá partur af þeirri ætt æltar víst að deyja út 2 dætur, sem giftust eiga ekki börn, og 2 sýnir og þessi nýlátna dóttir ógift. Björn
lifir
Jónasson lifir enn, en orðinn fjörgamall. Var jafngamall, segir Lína, pabba hennar.
Lifir Gunna Sigurós enn.? og ekkja Aðalgeirs á Laugum mig minnir að þú segðir mér einusinni í bréfi að hún hefði fyrir löngu síðan verið á geðveikrahæli, er það misminni mitt? Ert þú ekki búin að brenna fyrir löngu úrvalið!!! af vísunum
minum
sem eg sendi þér?
Þ. Stefánsson.